Bréfritari: Gunnlaugur Oddsson
Dagsetning: A-1893-05-14
Skrifað á: Glasgow, Skotlandi

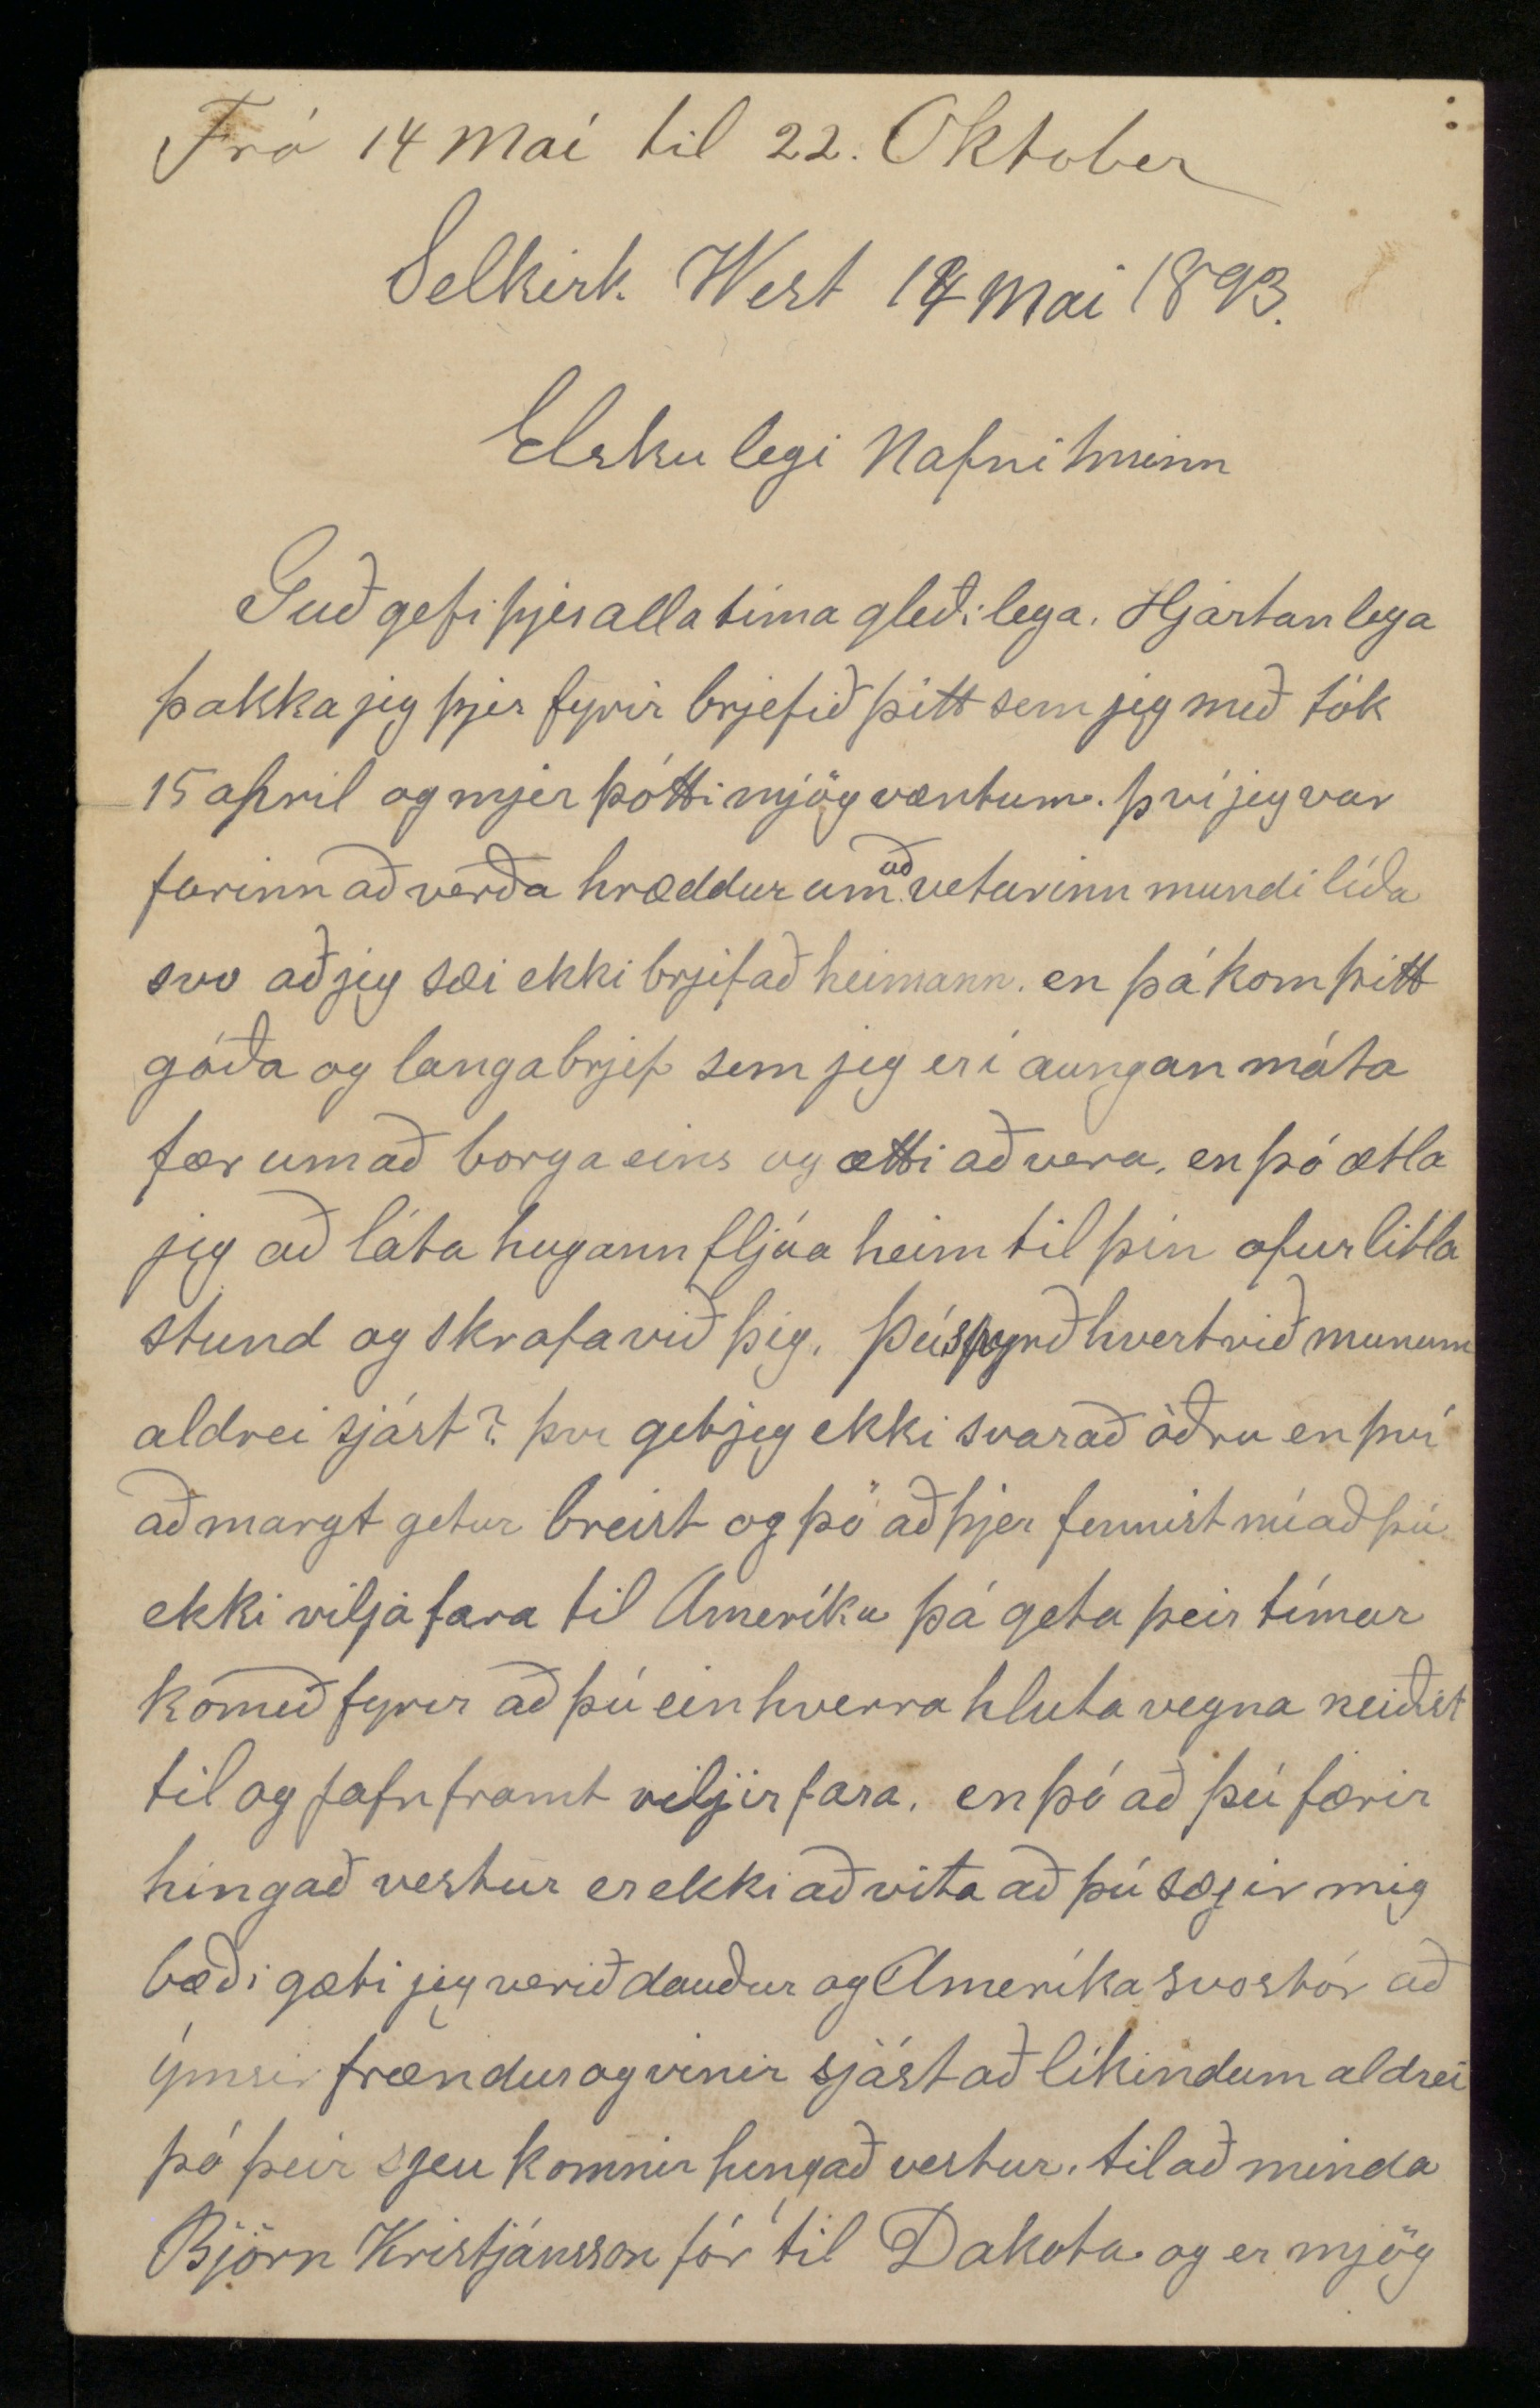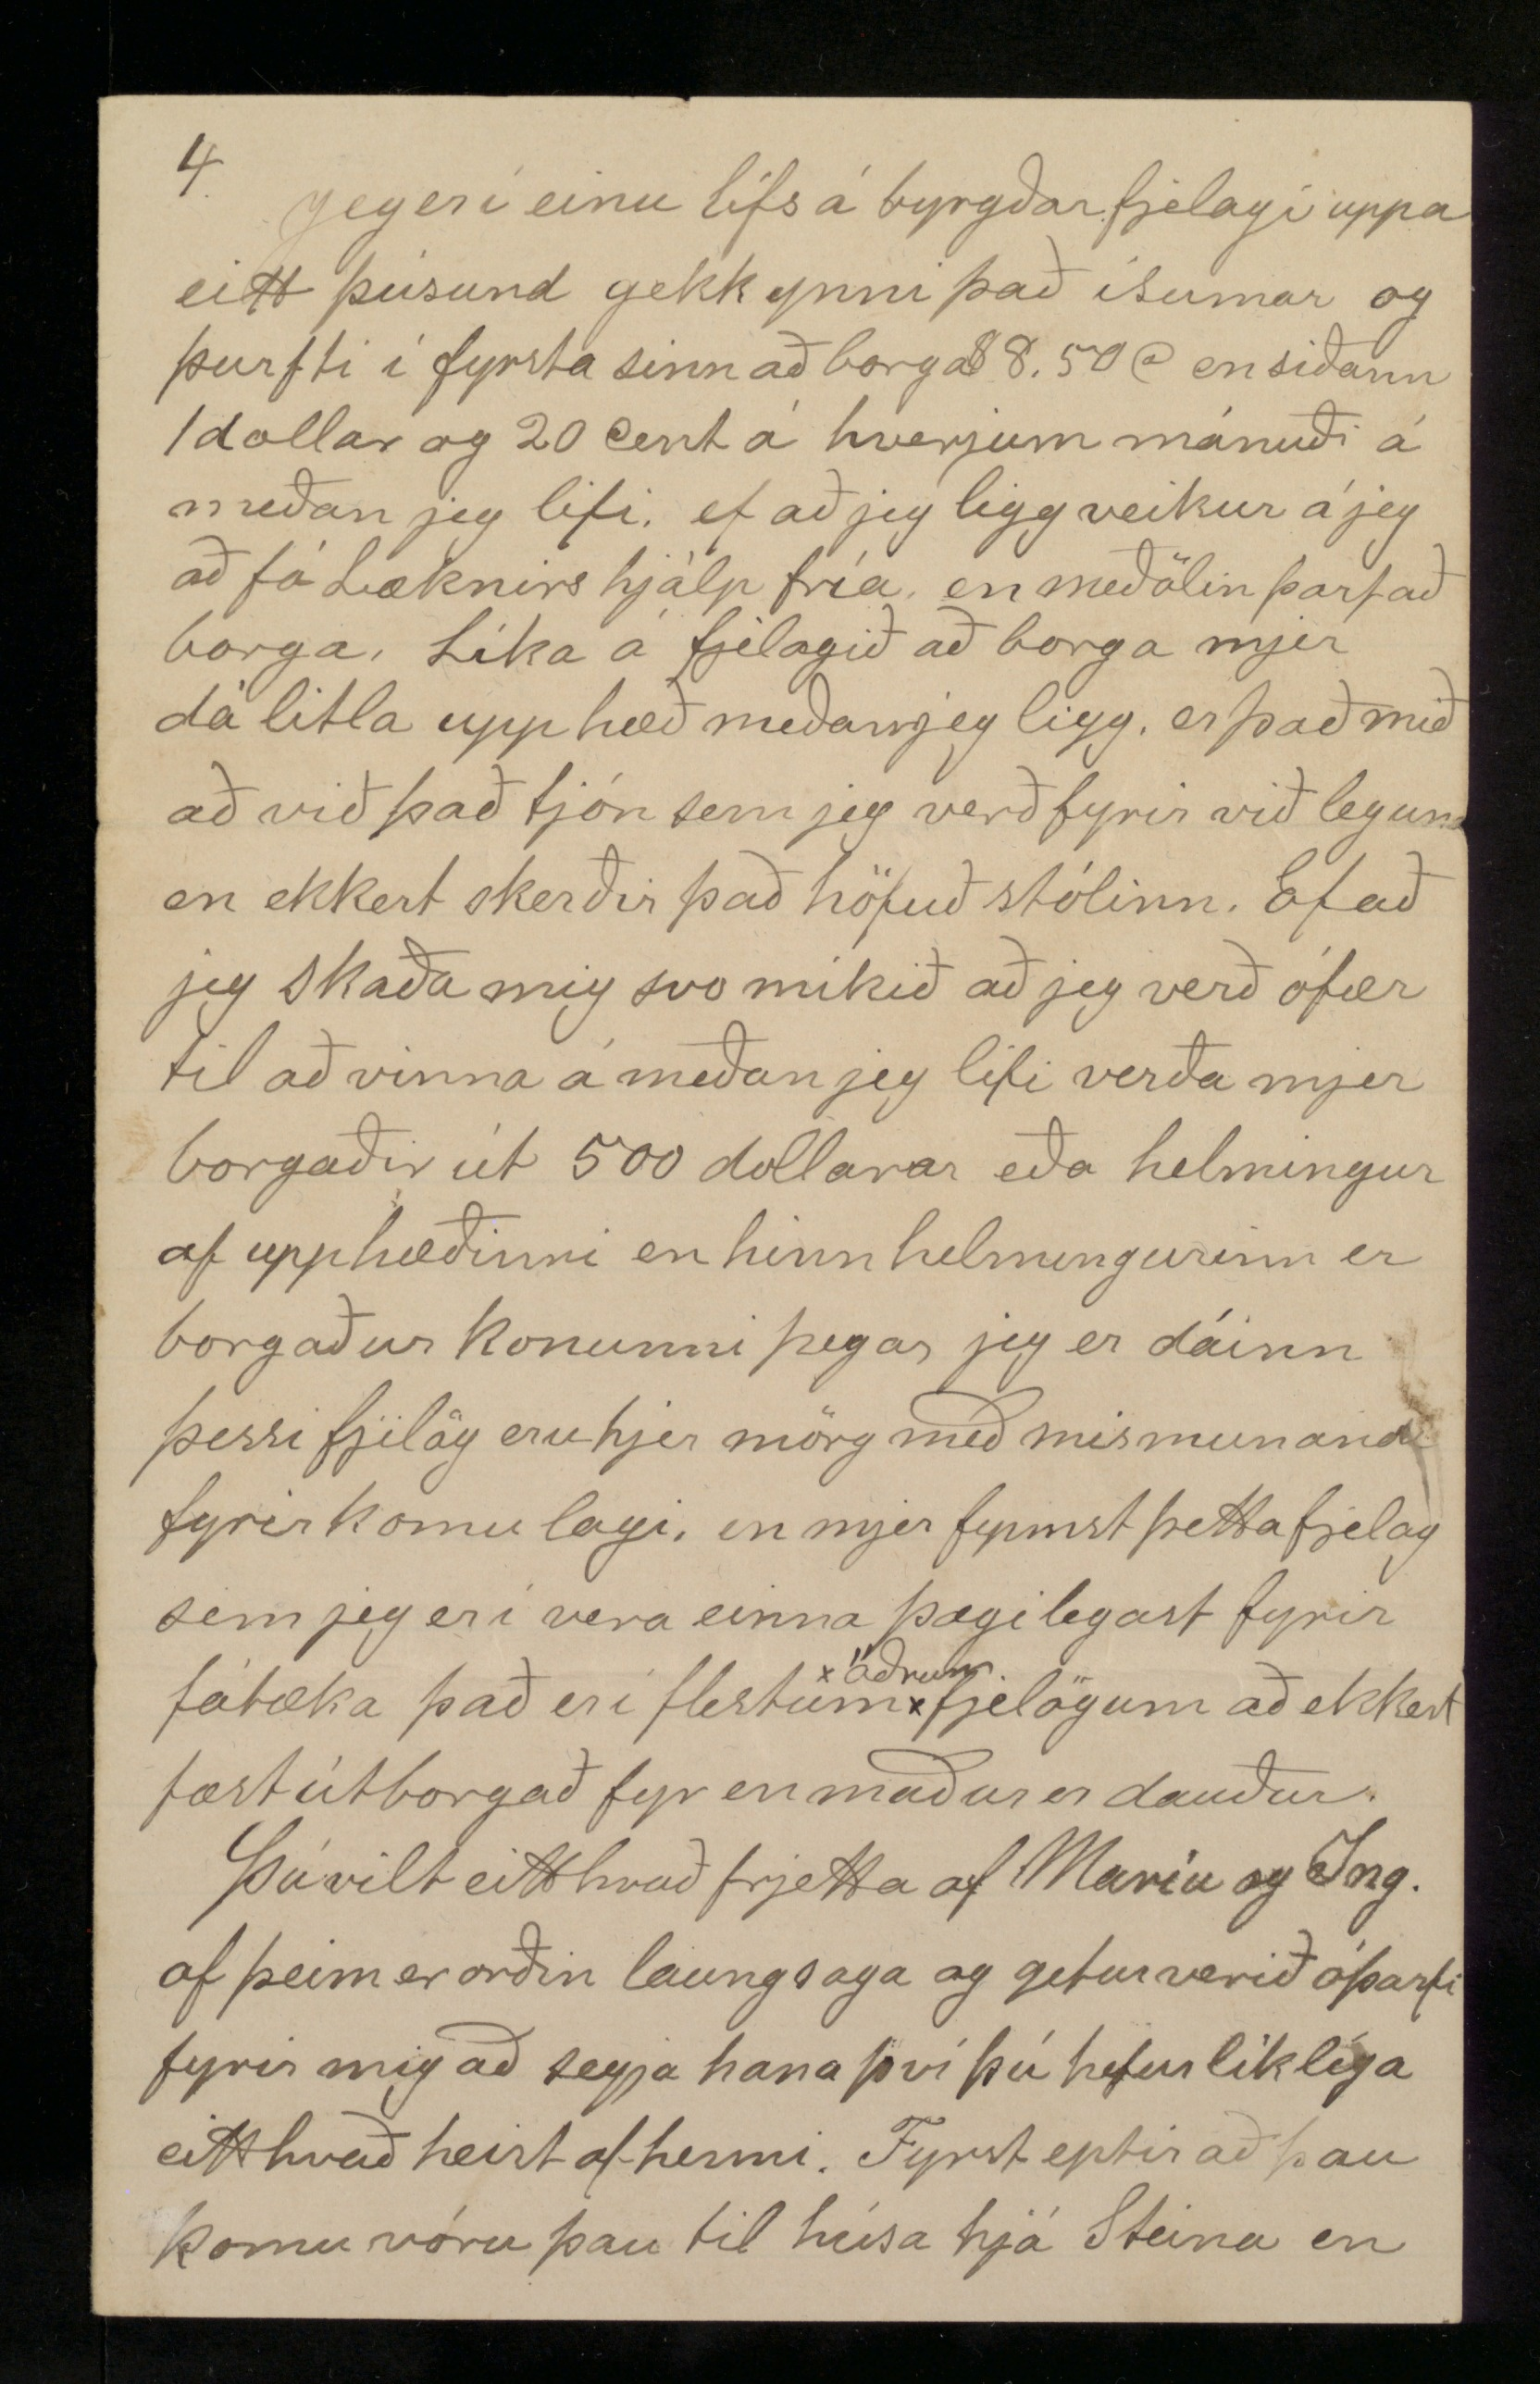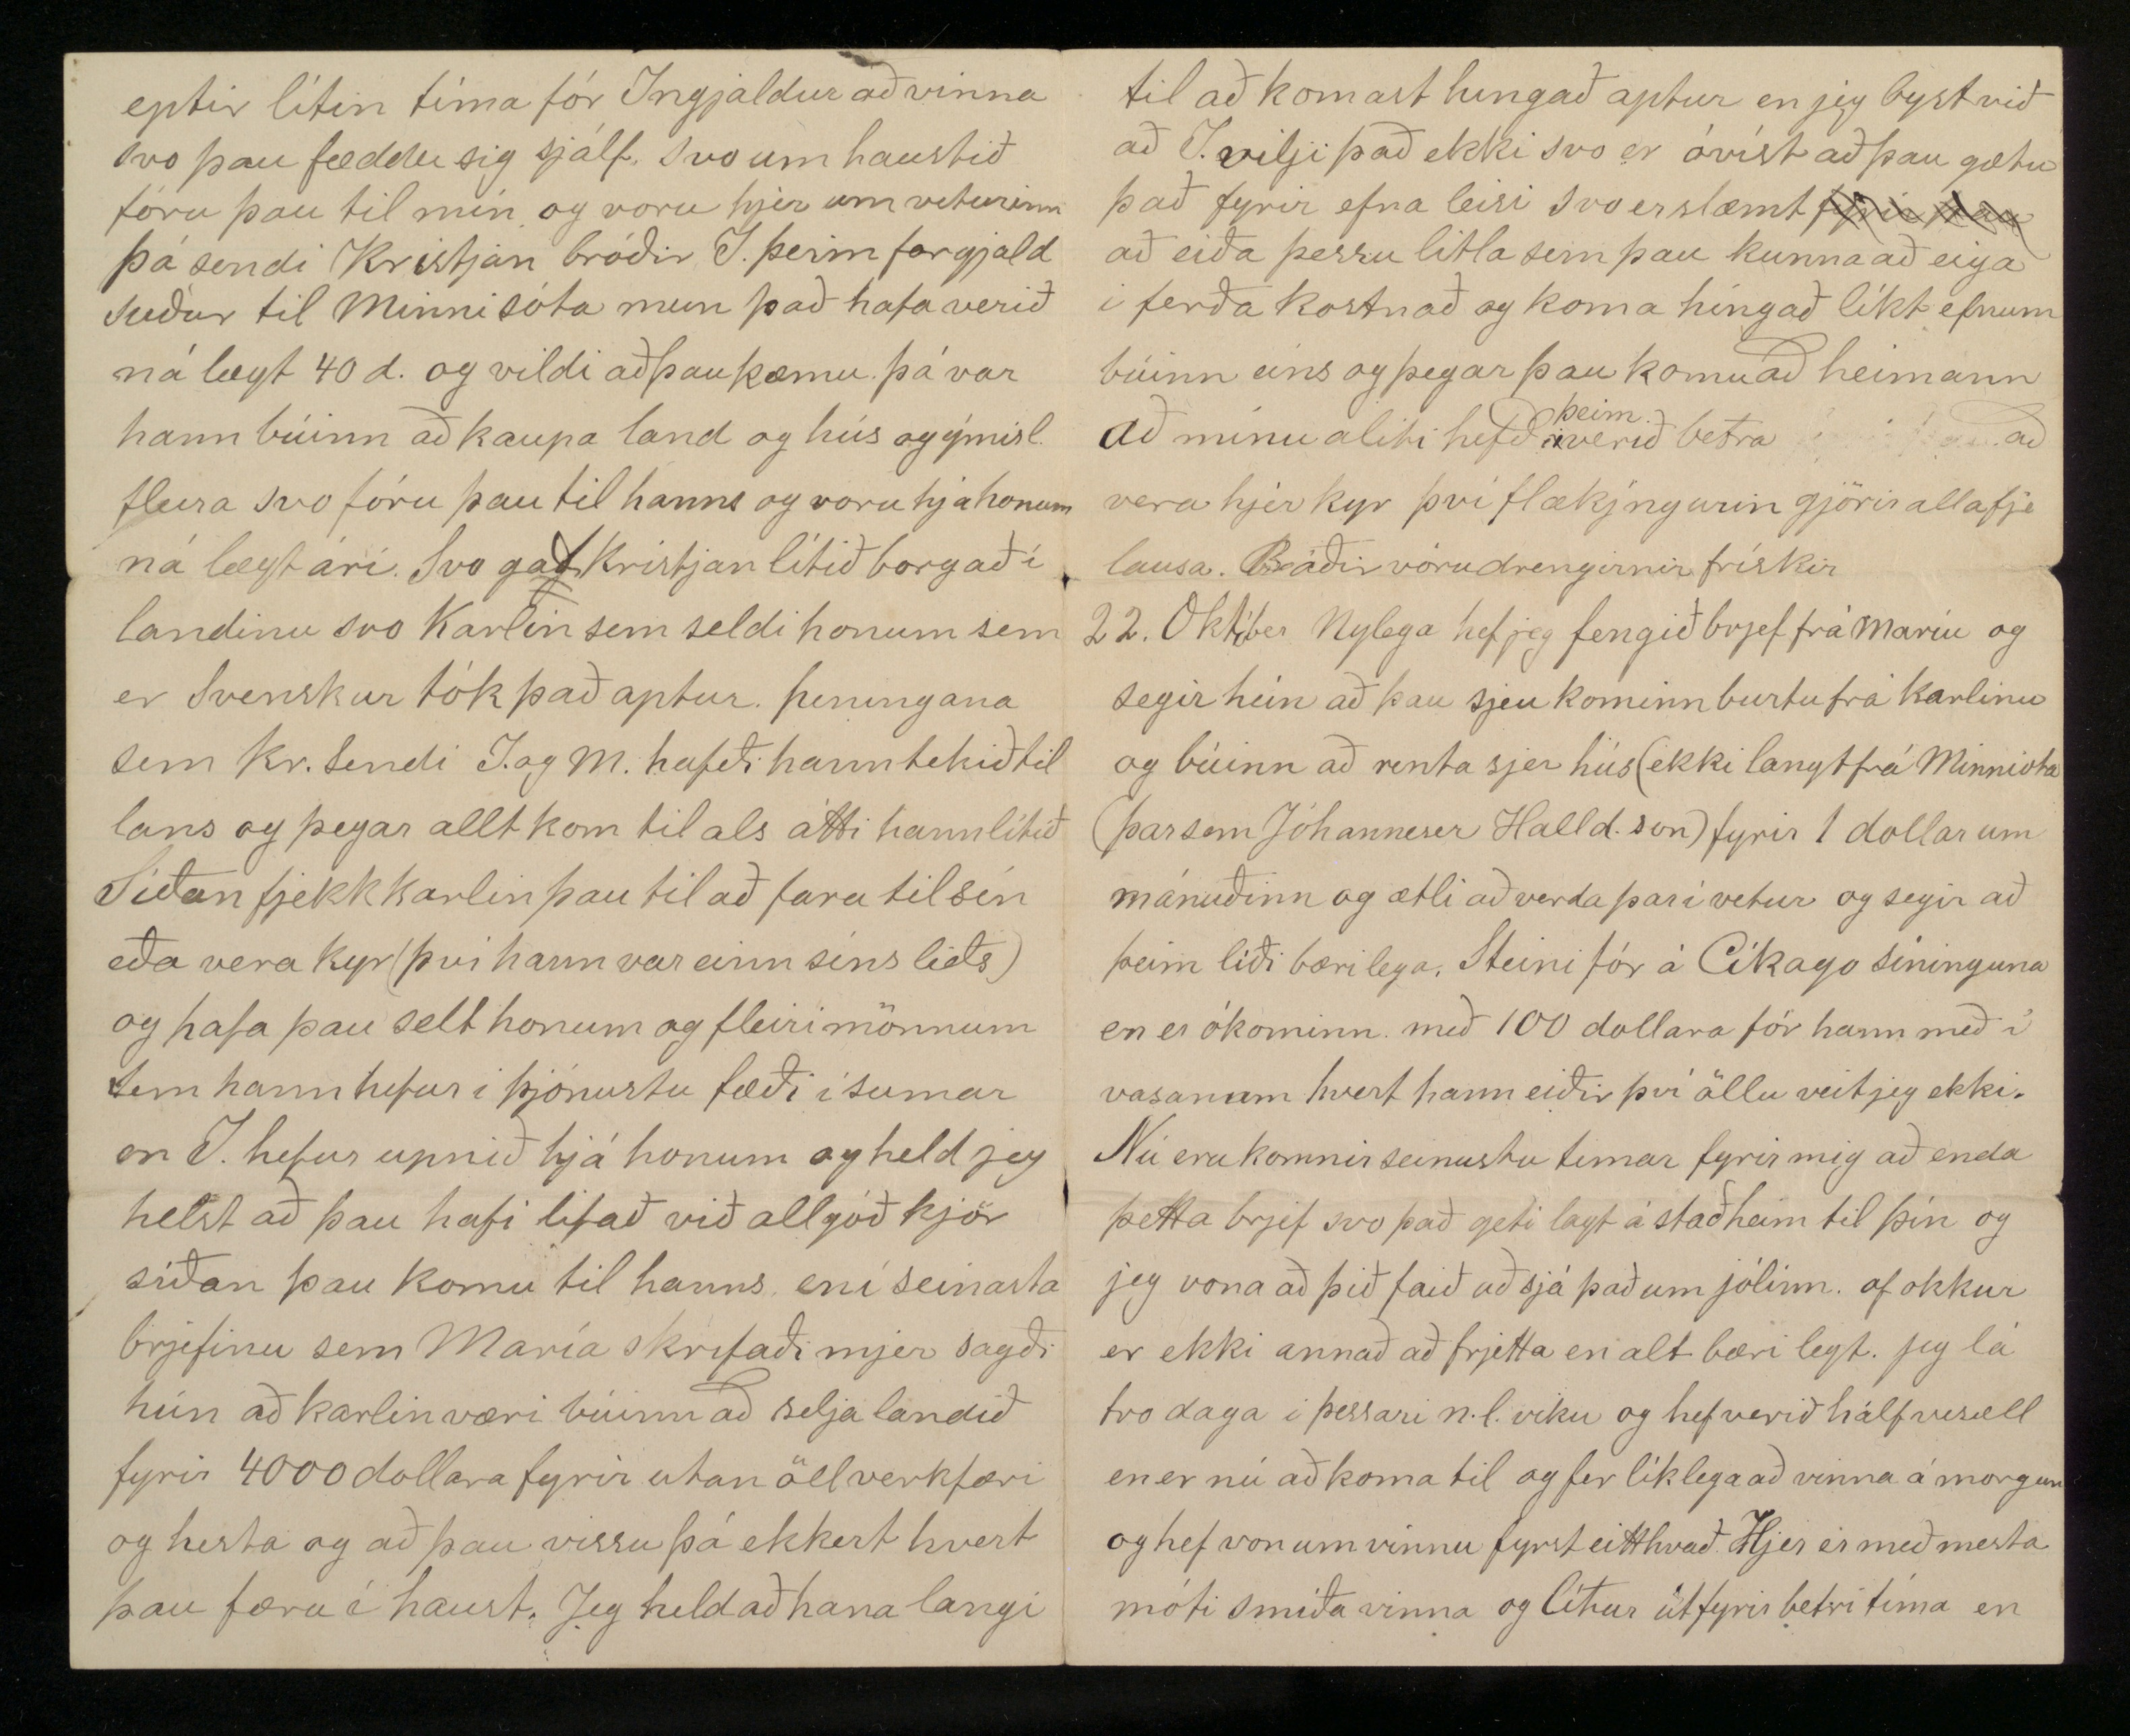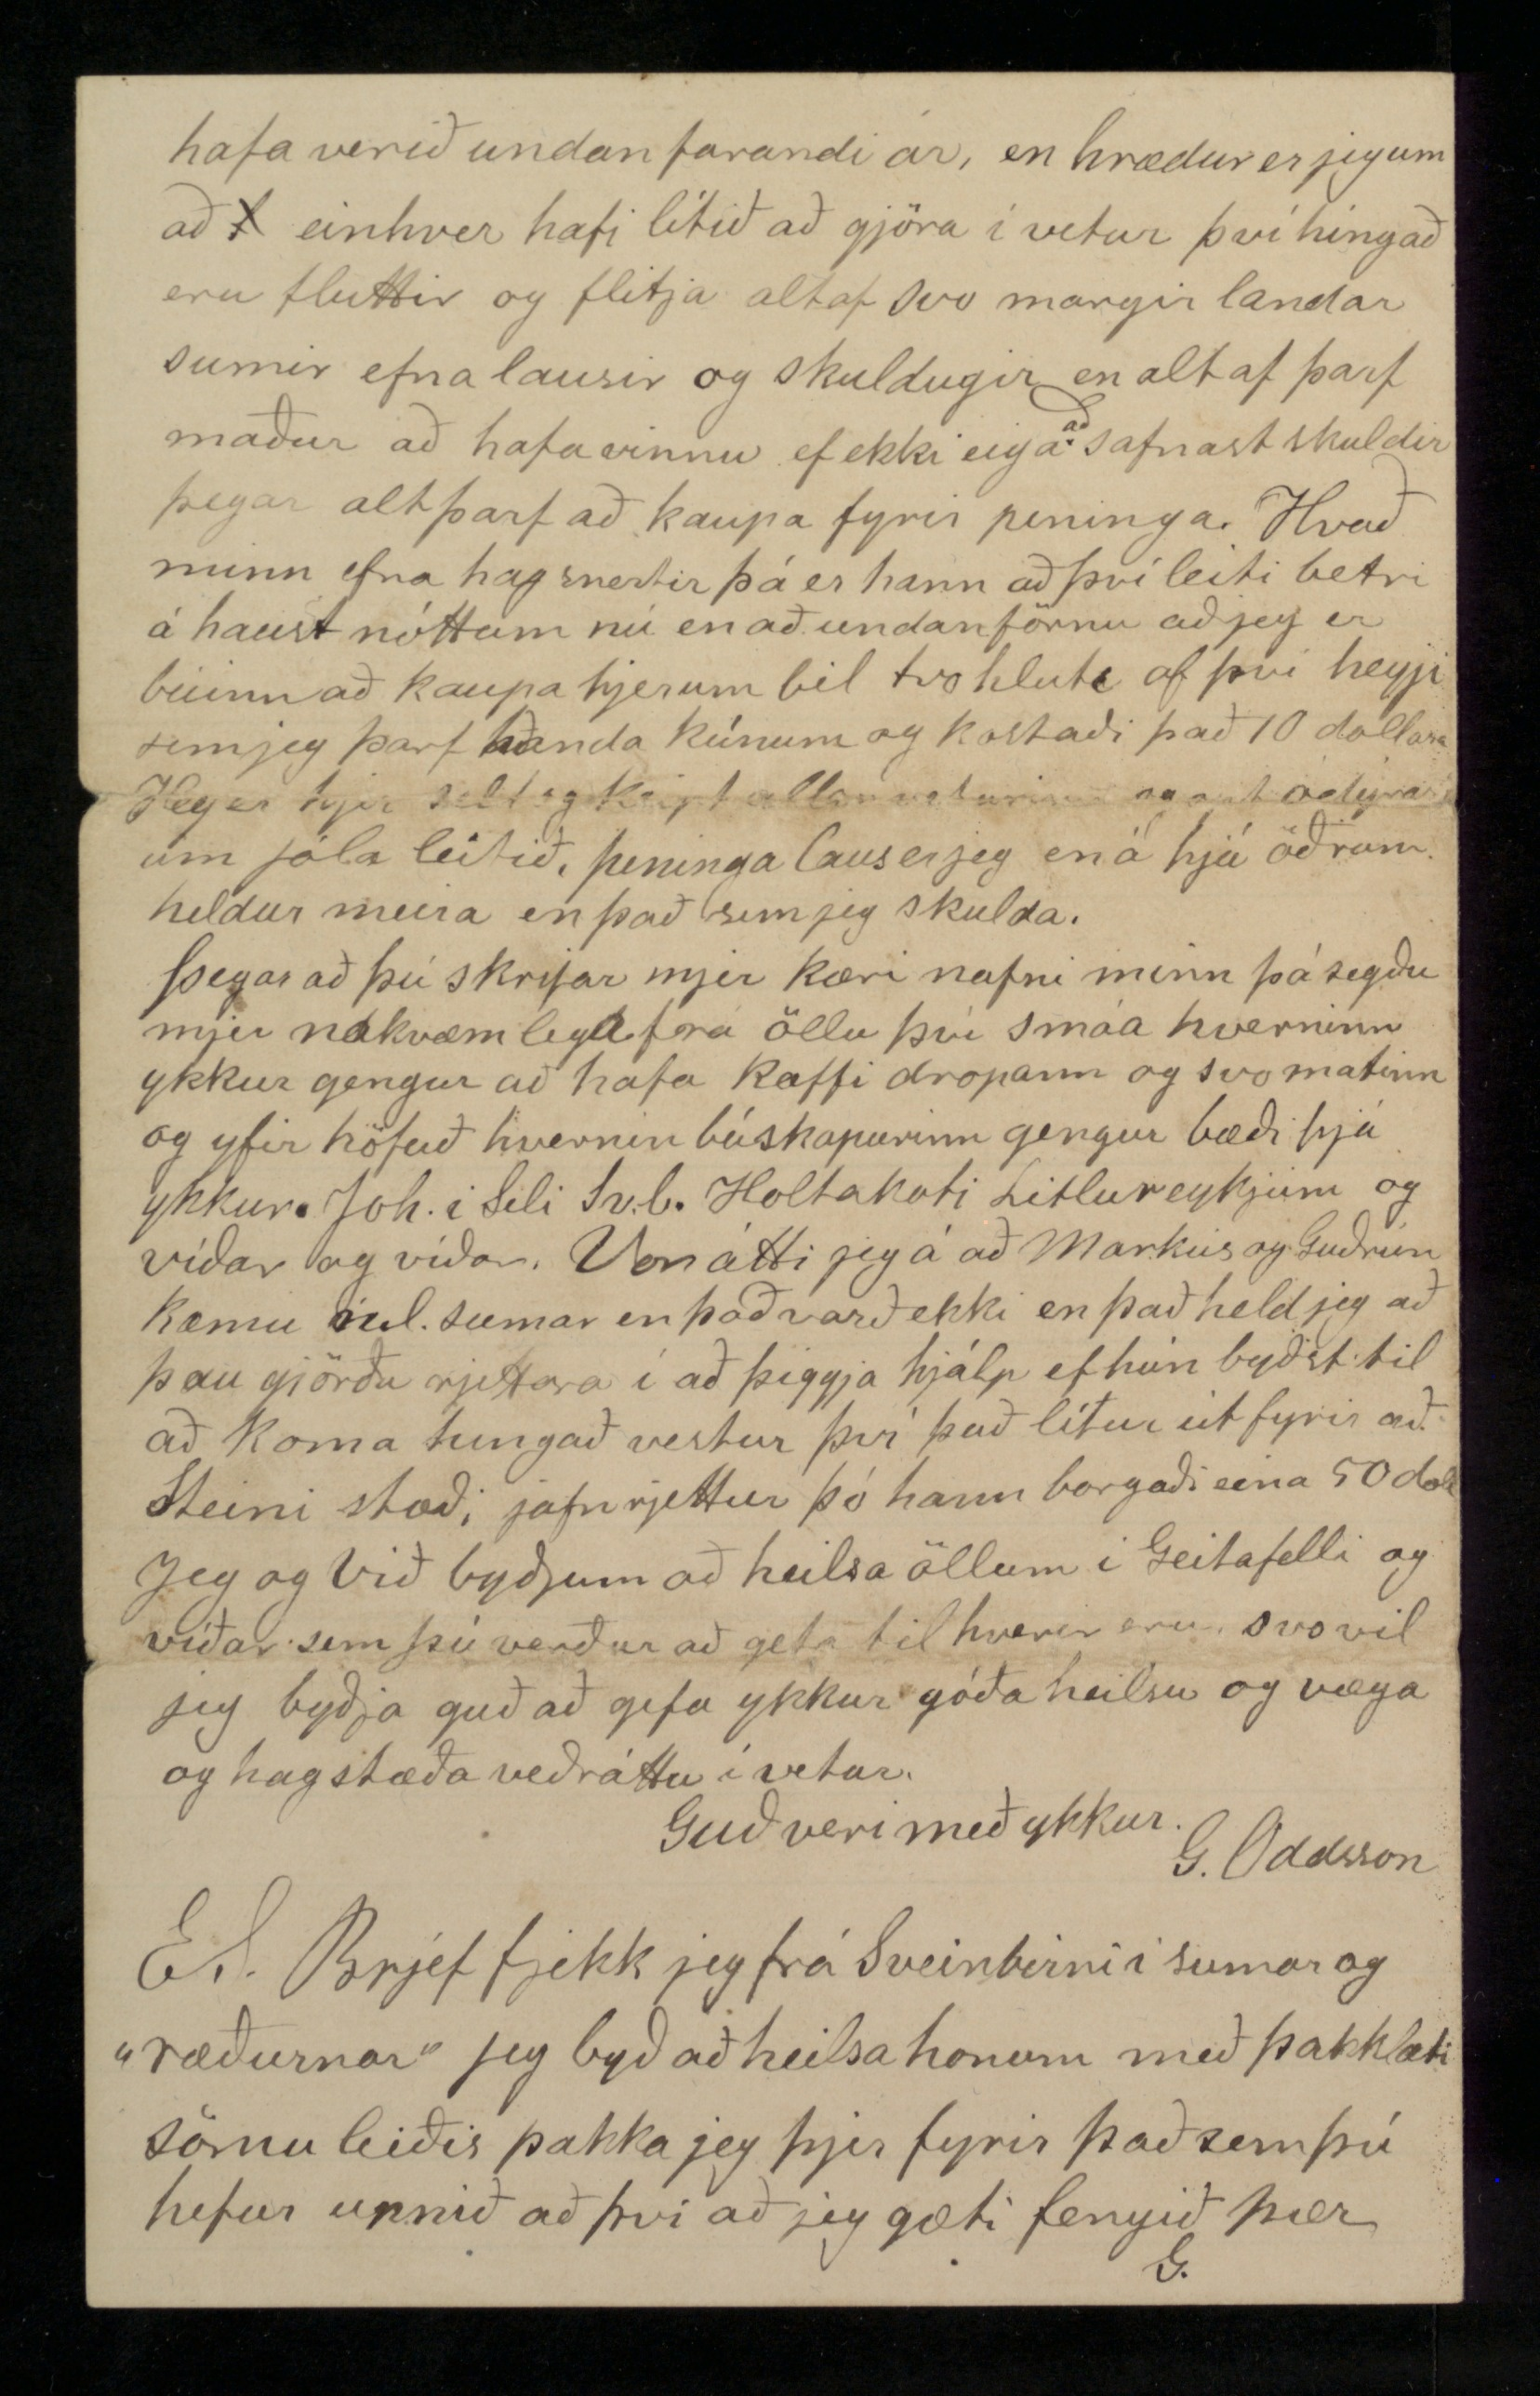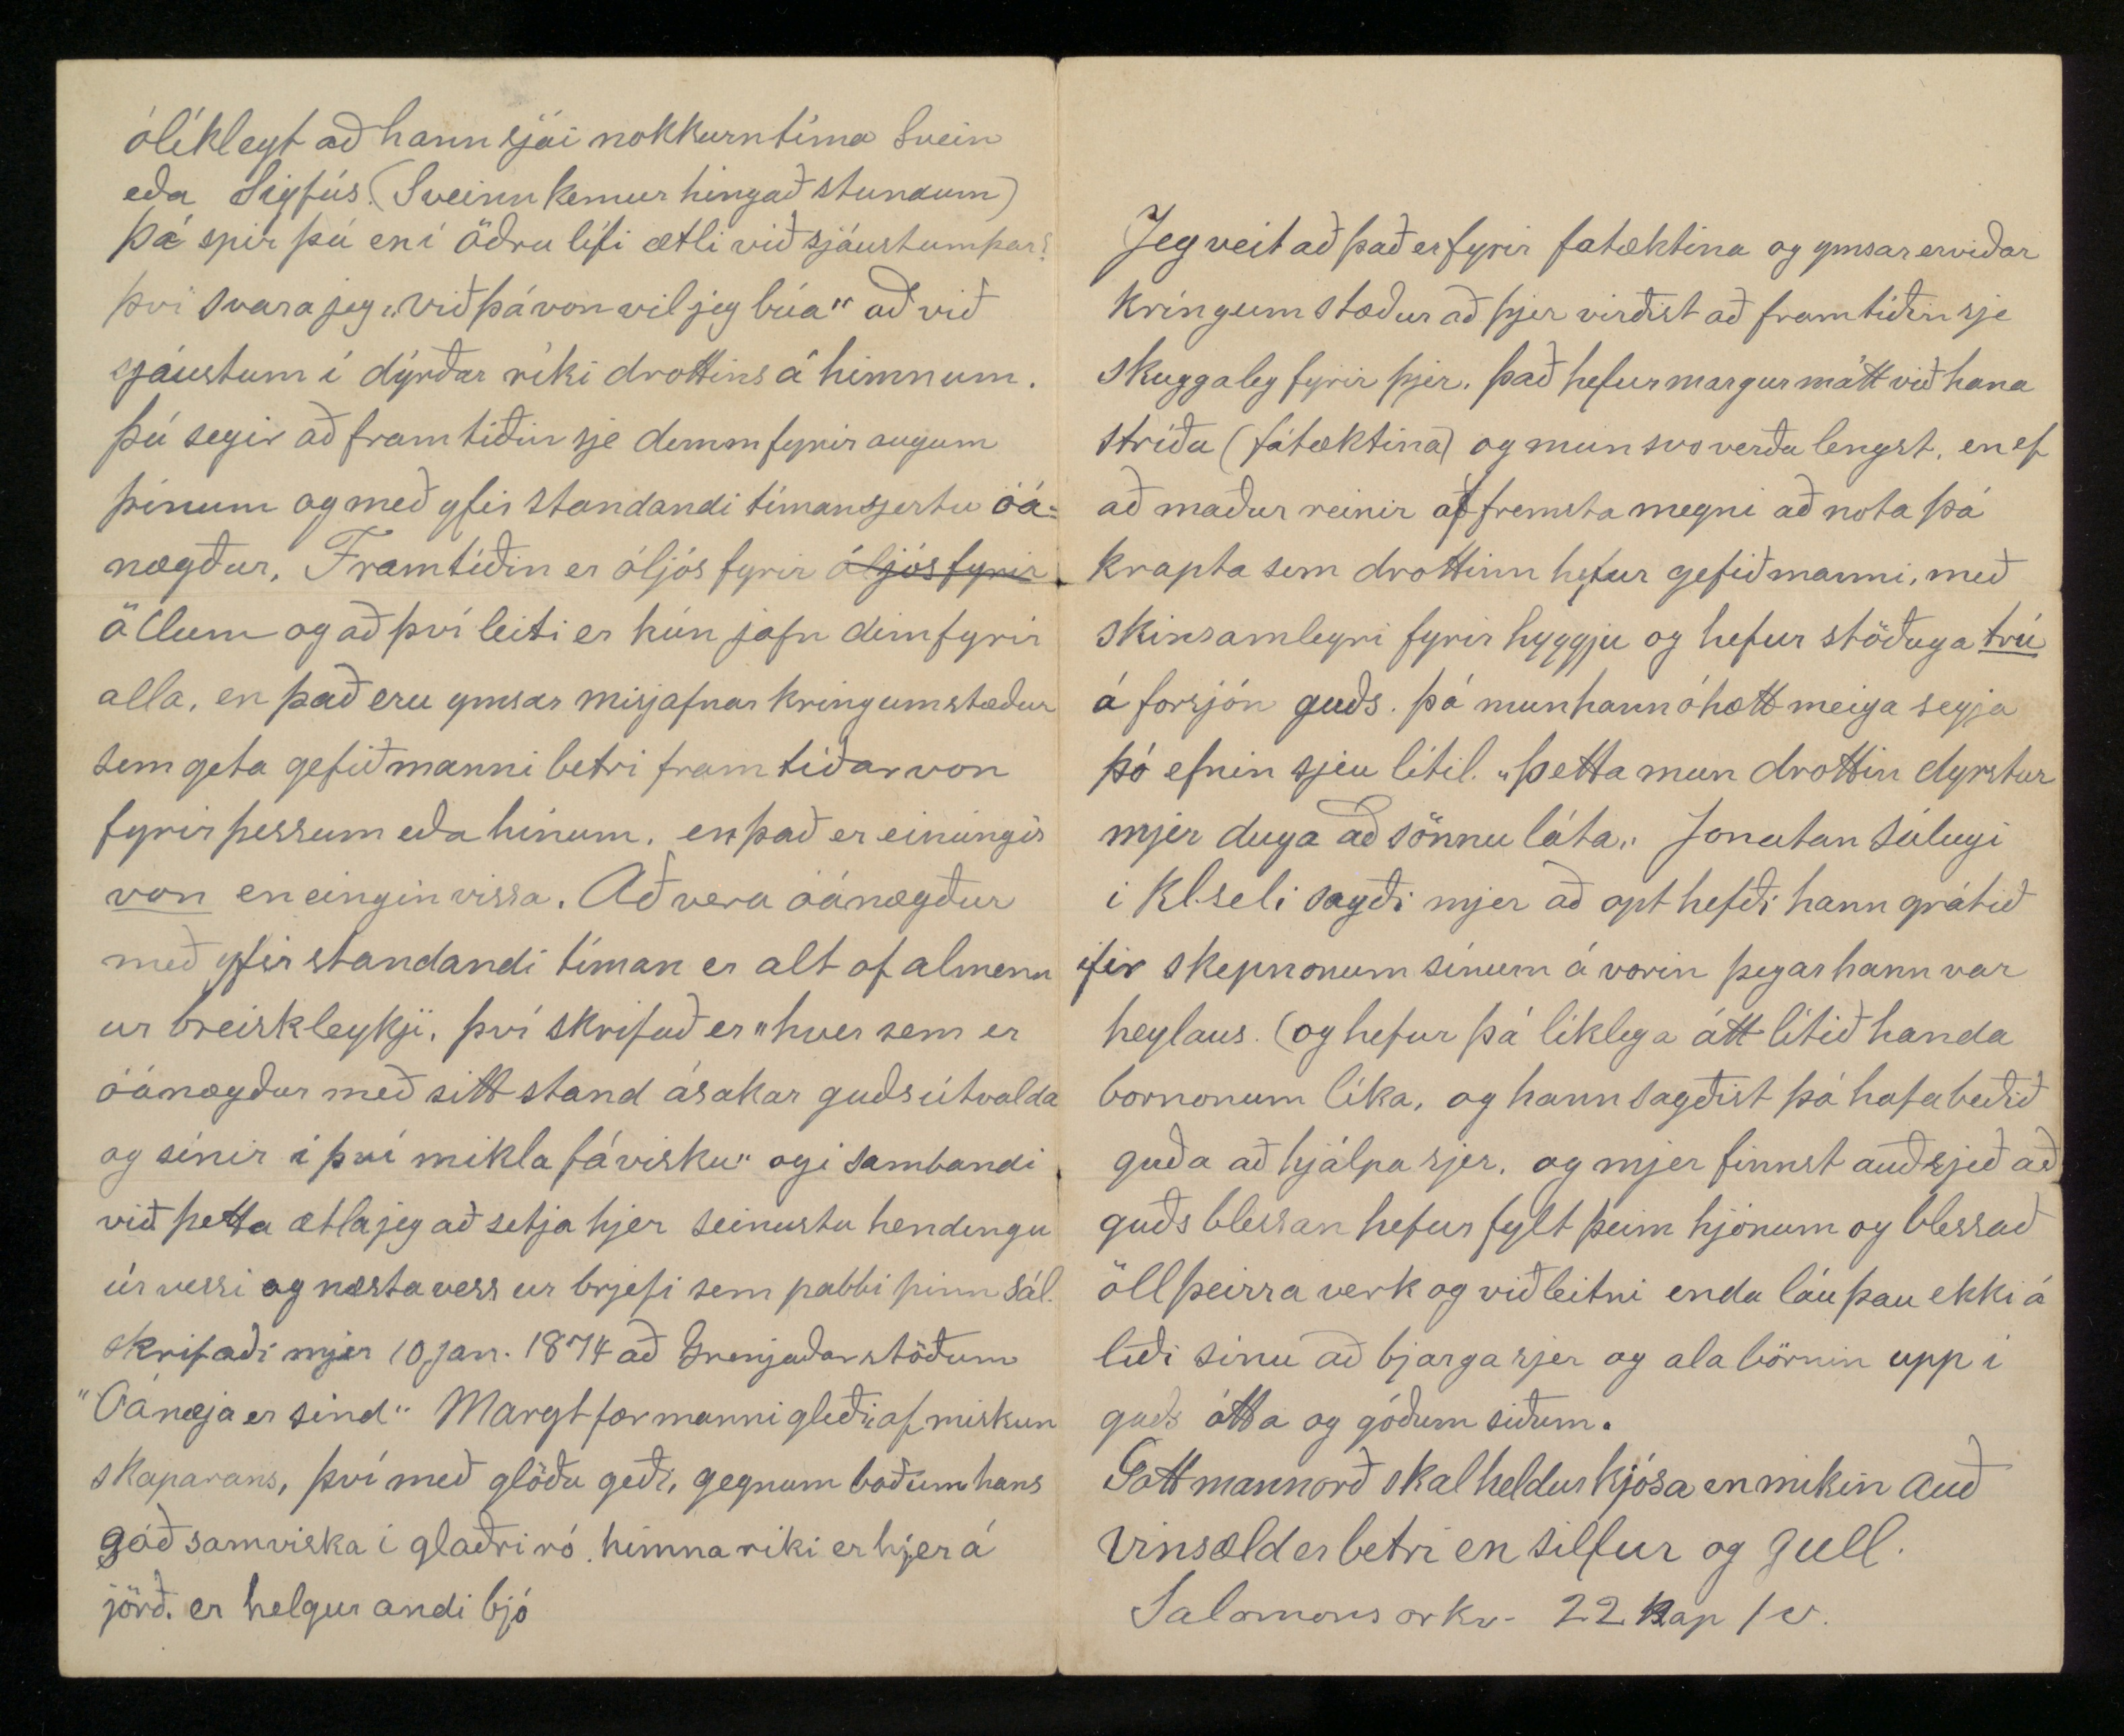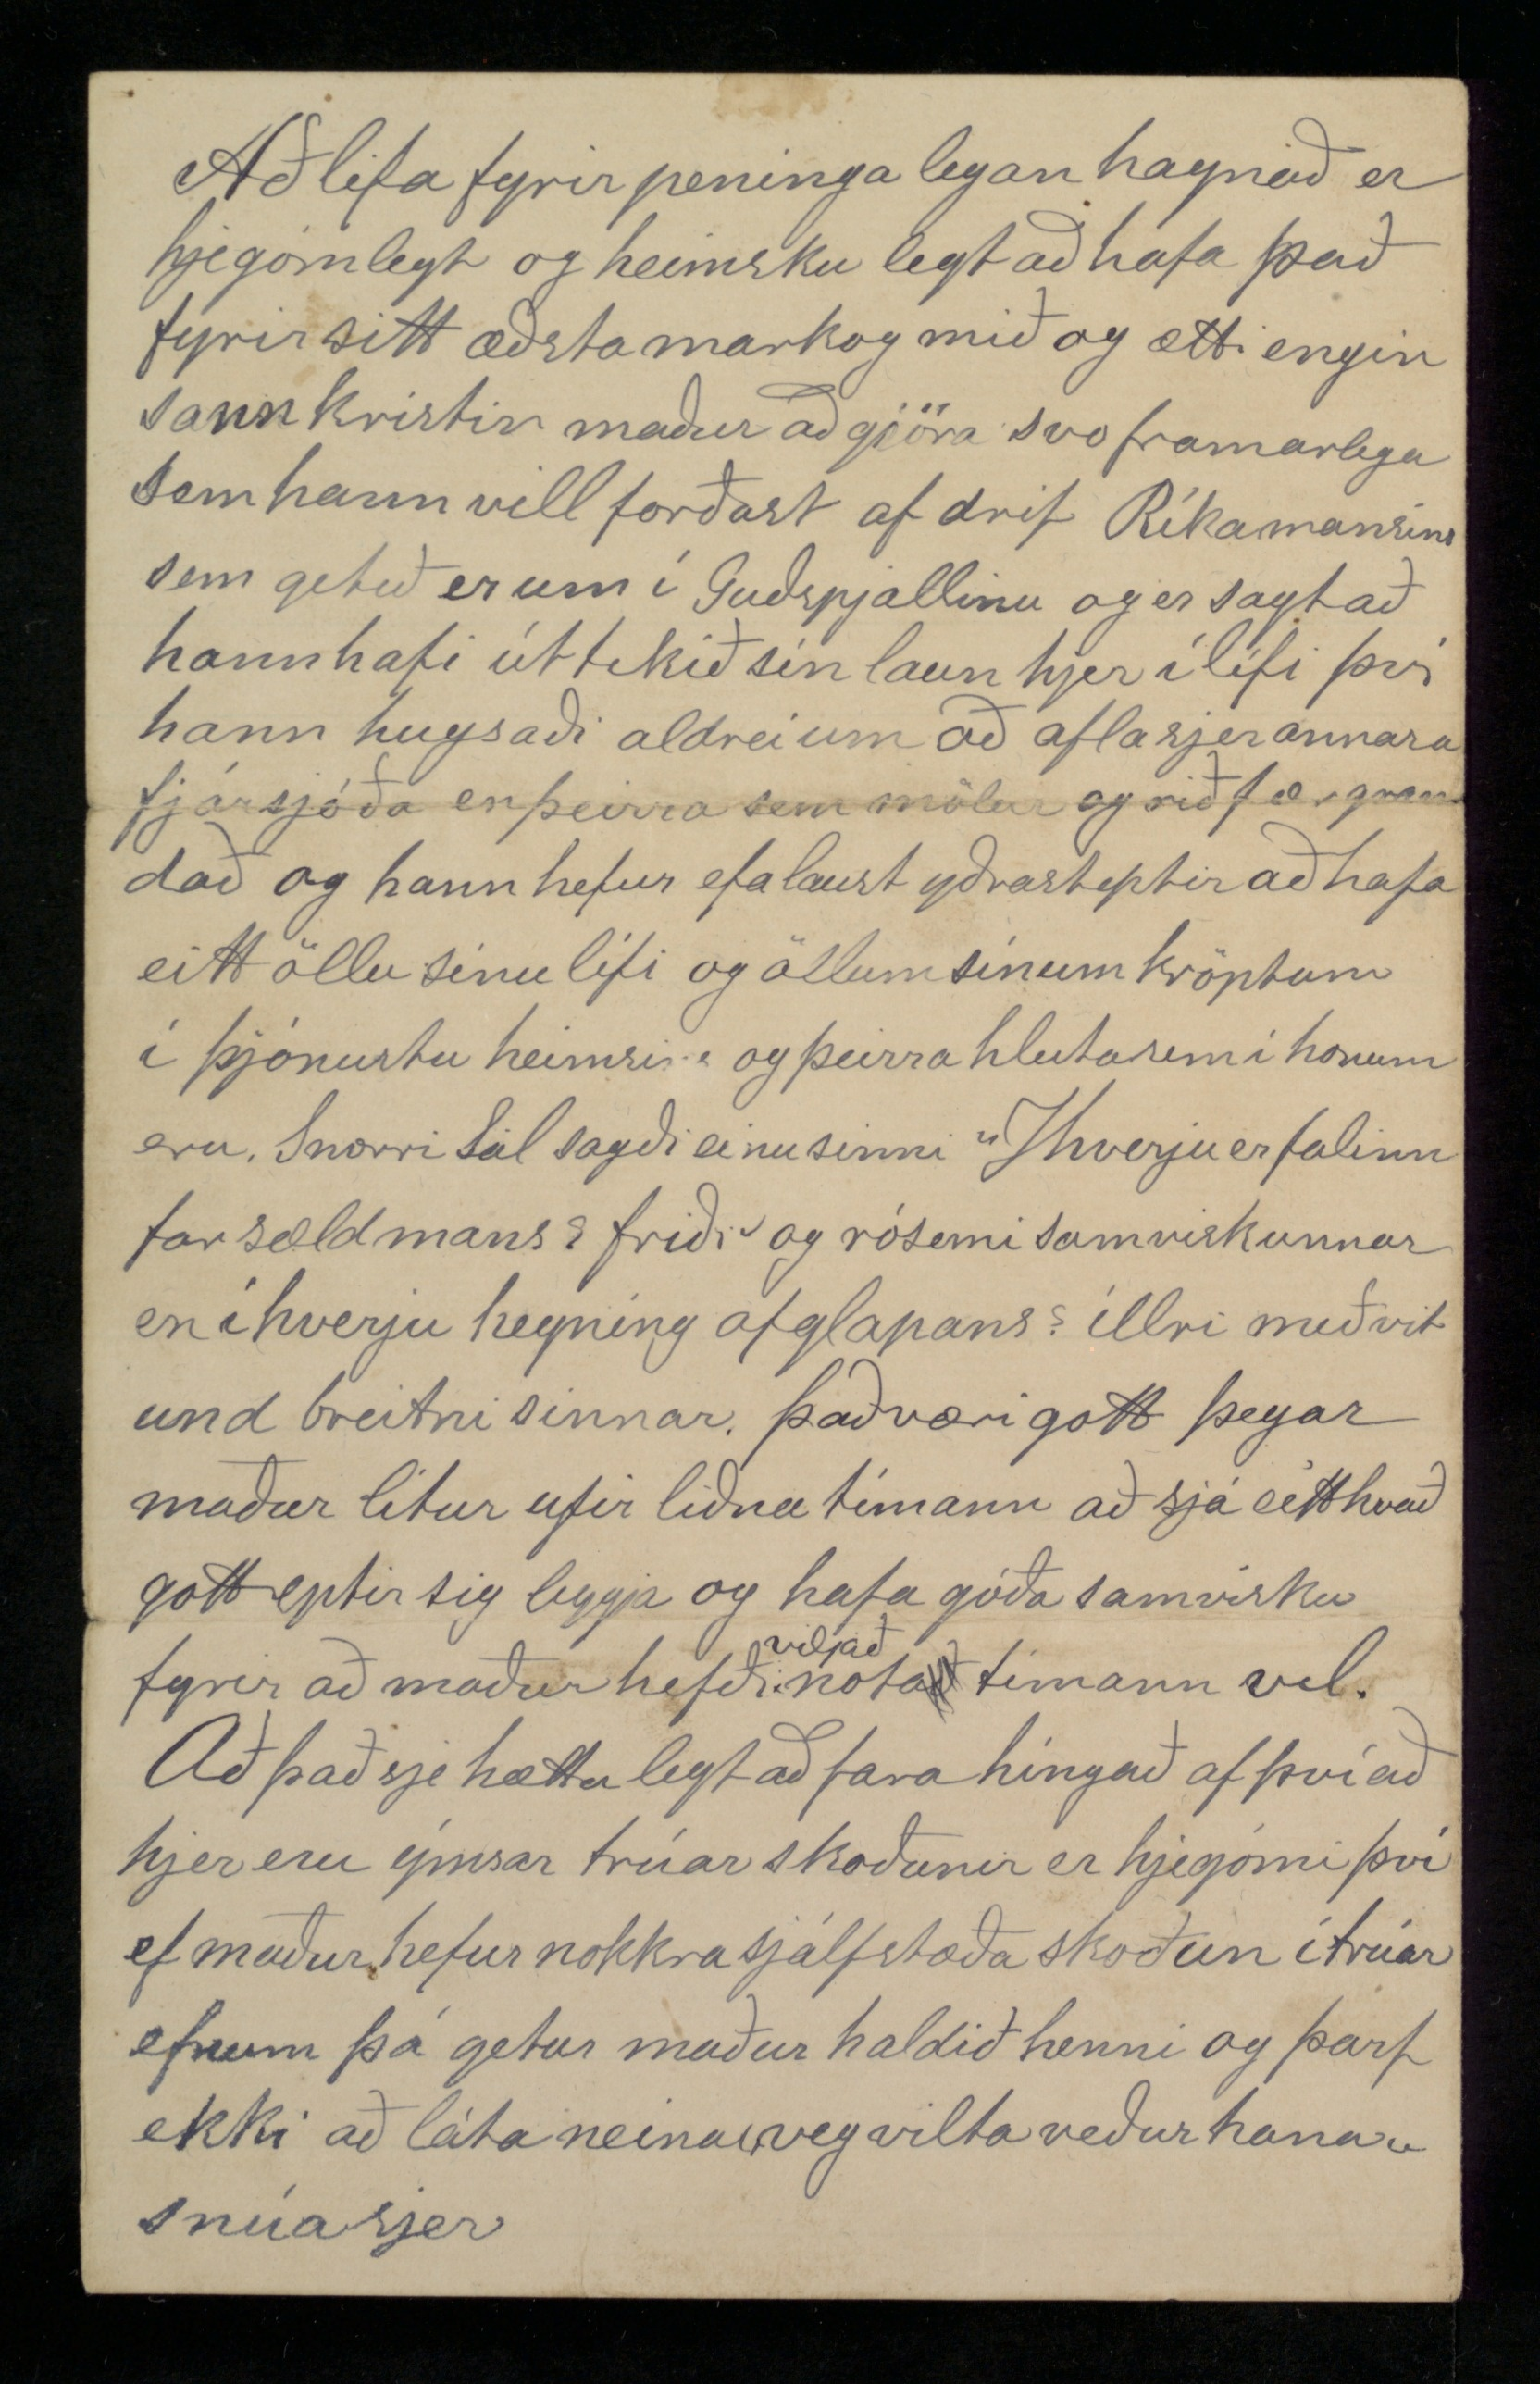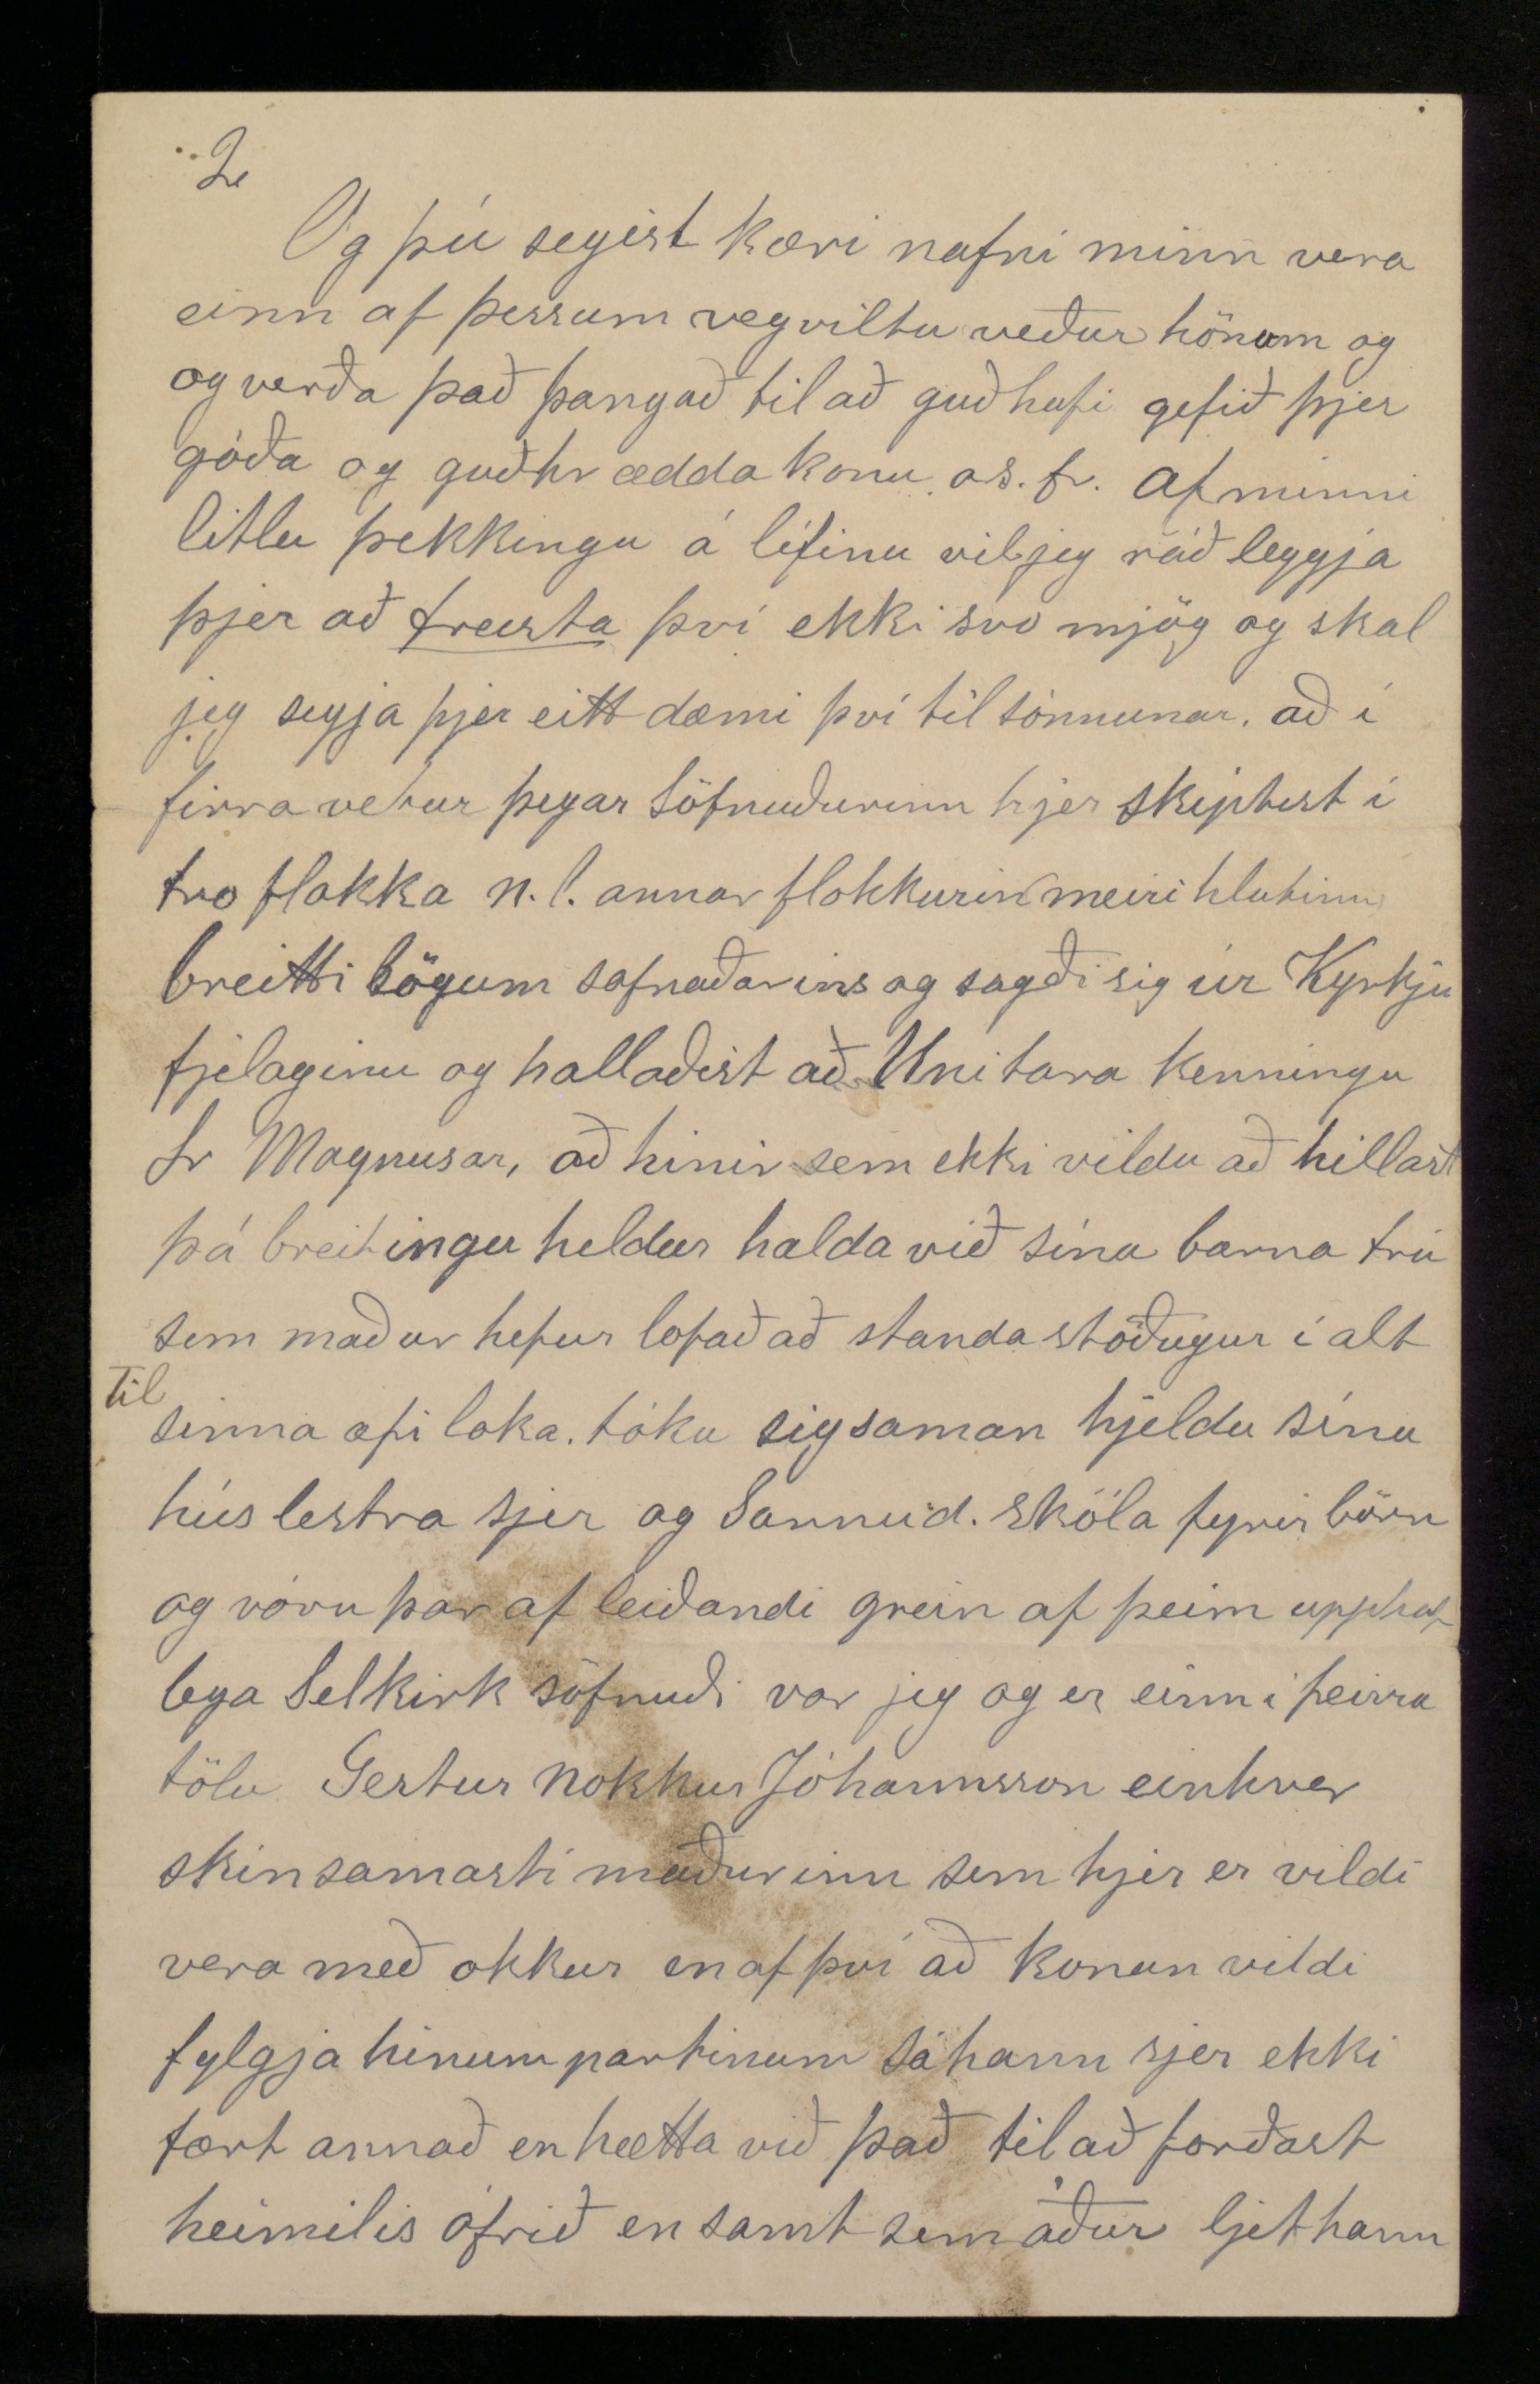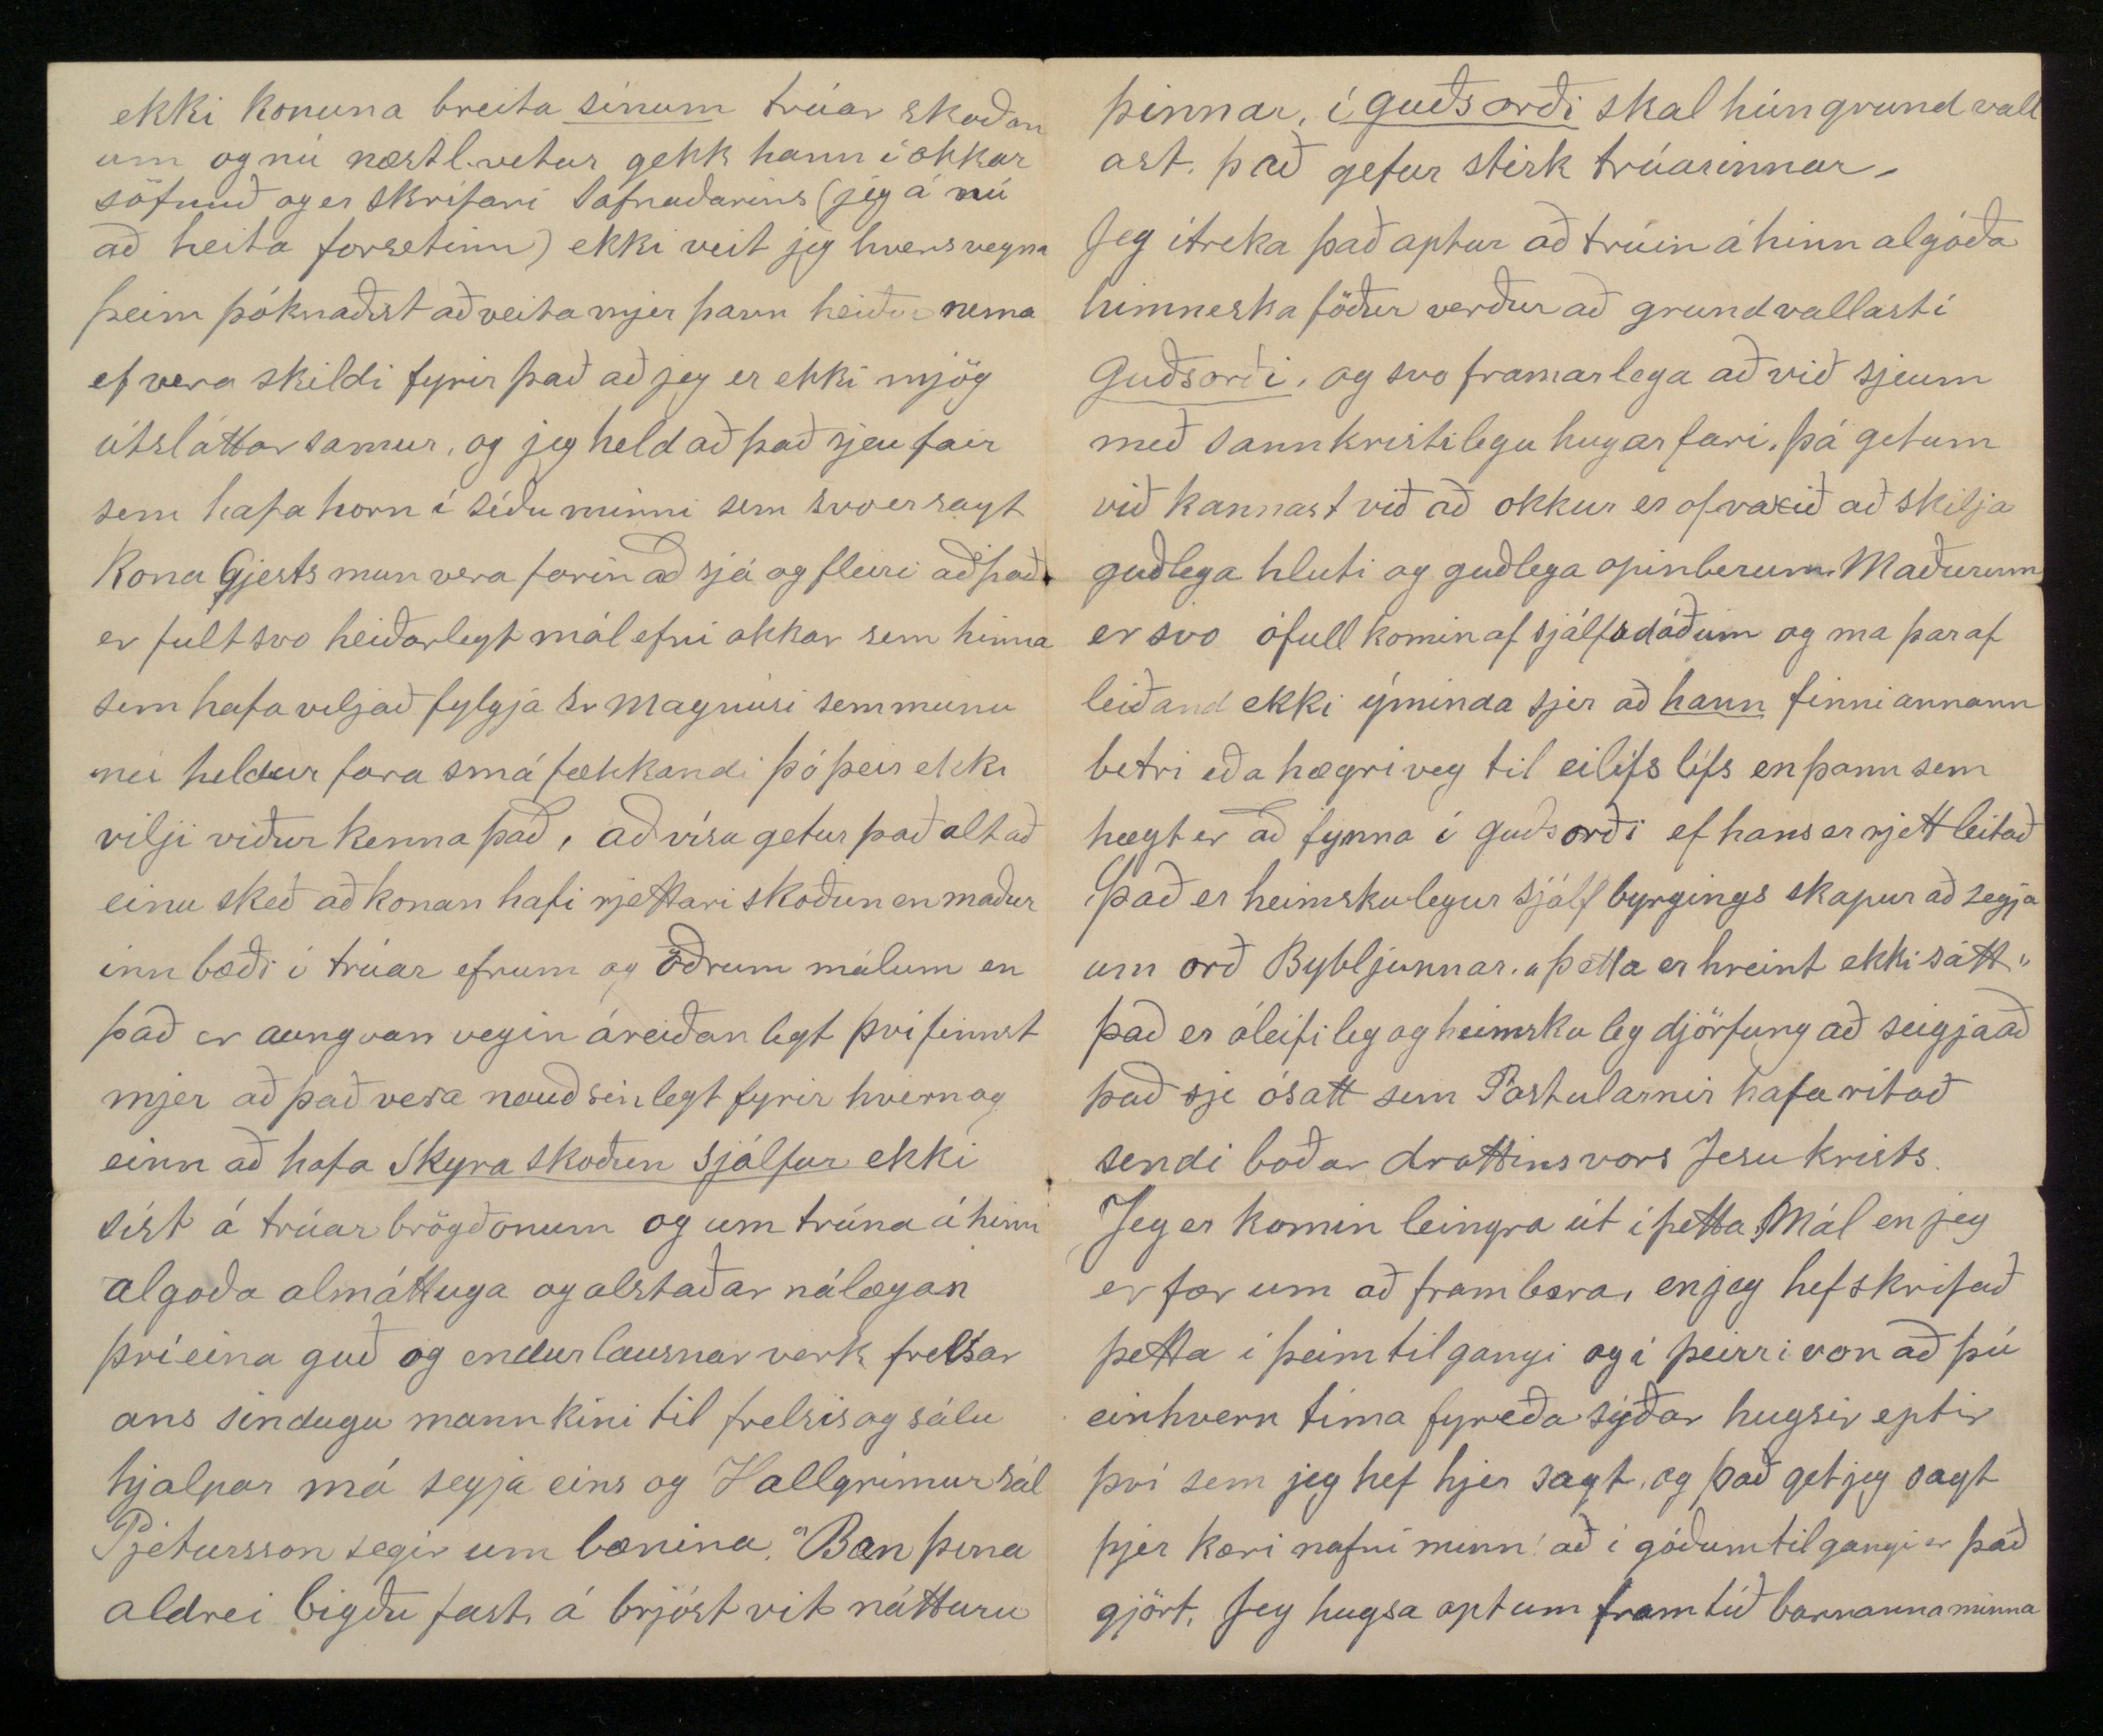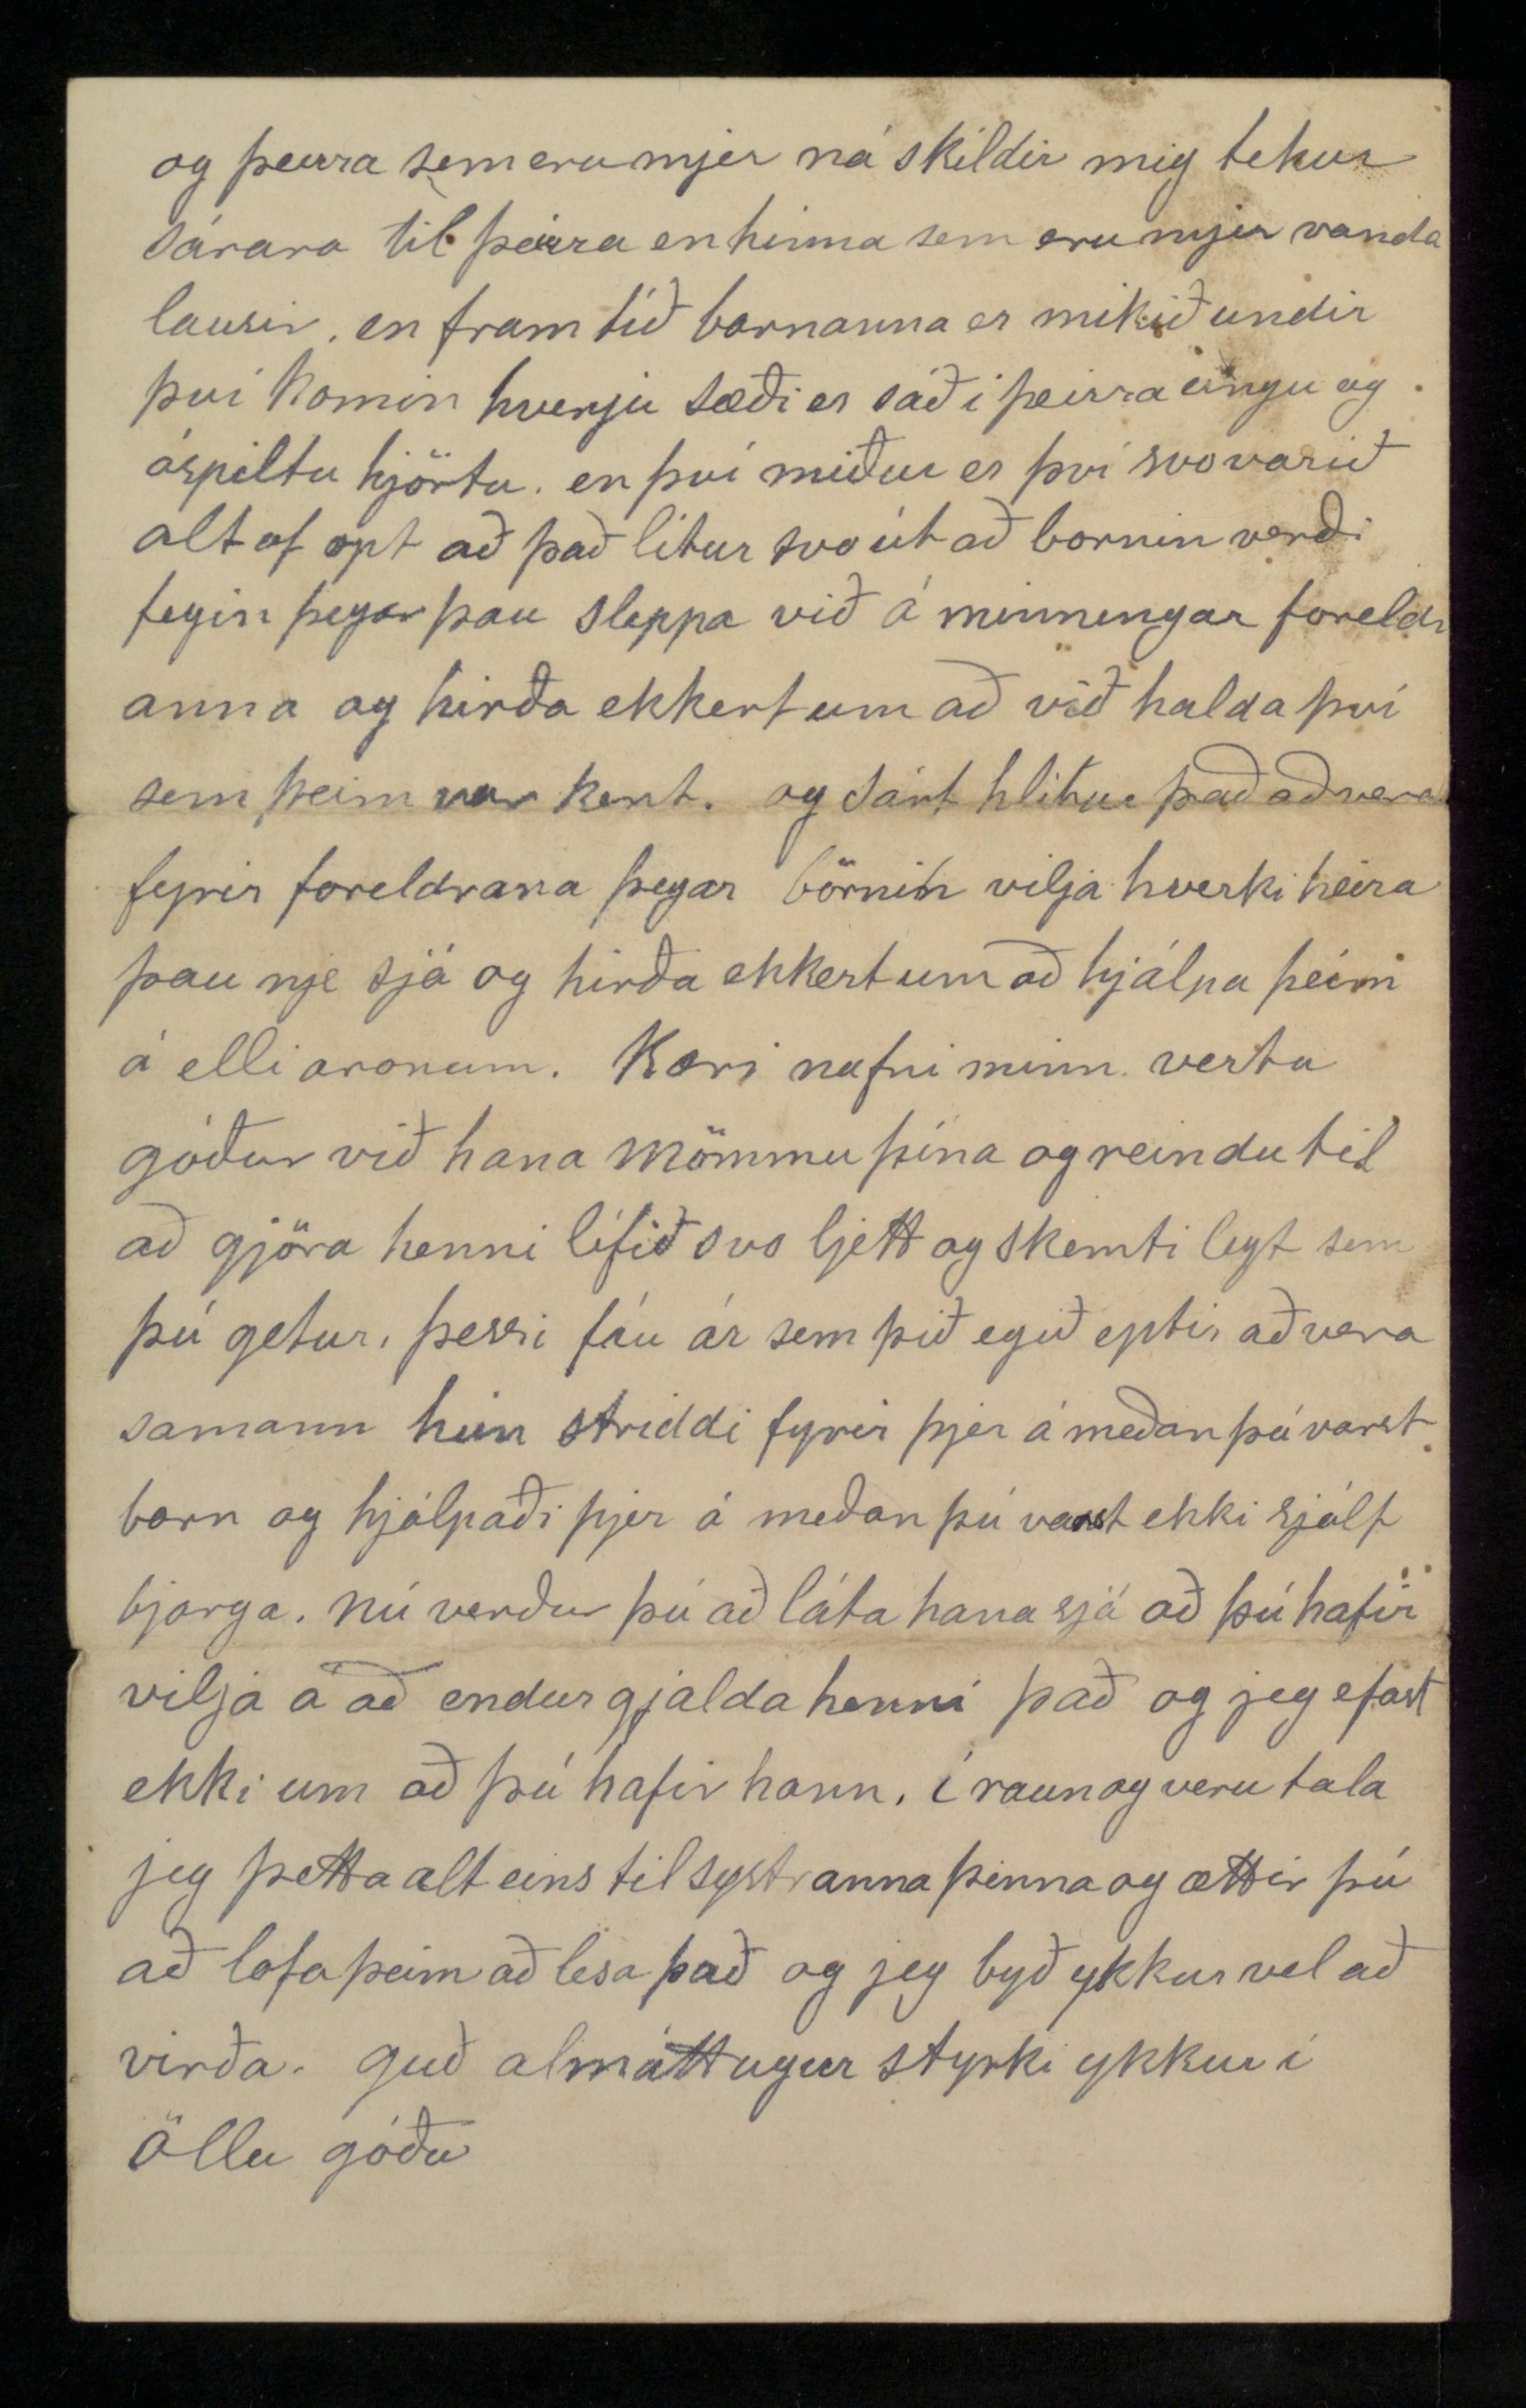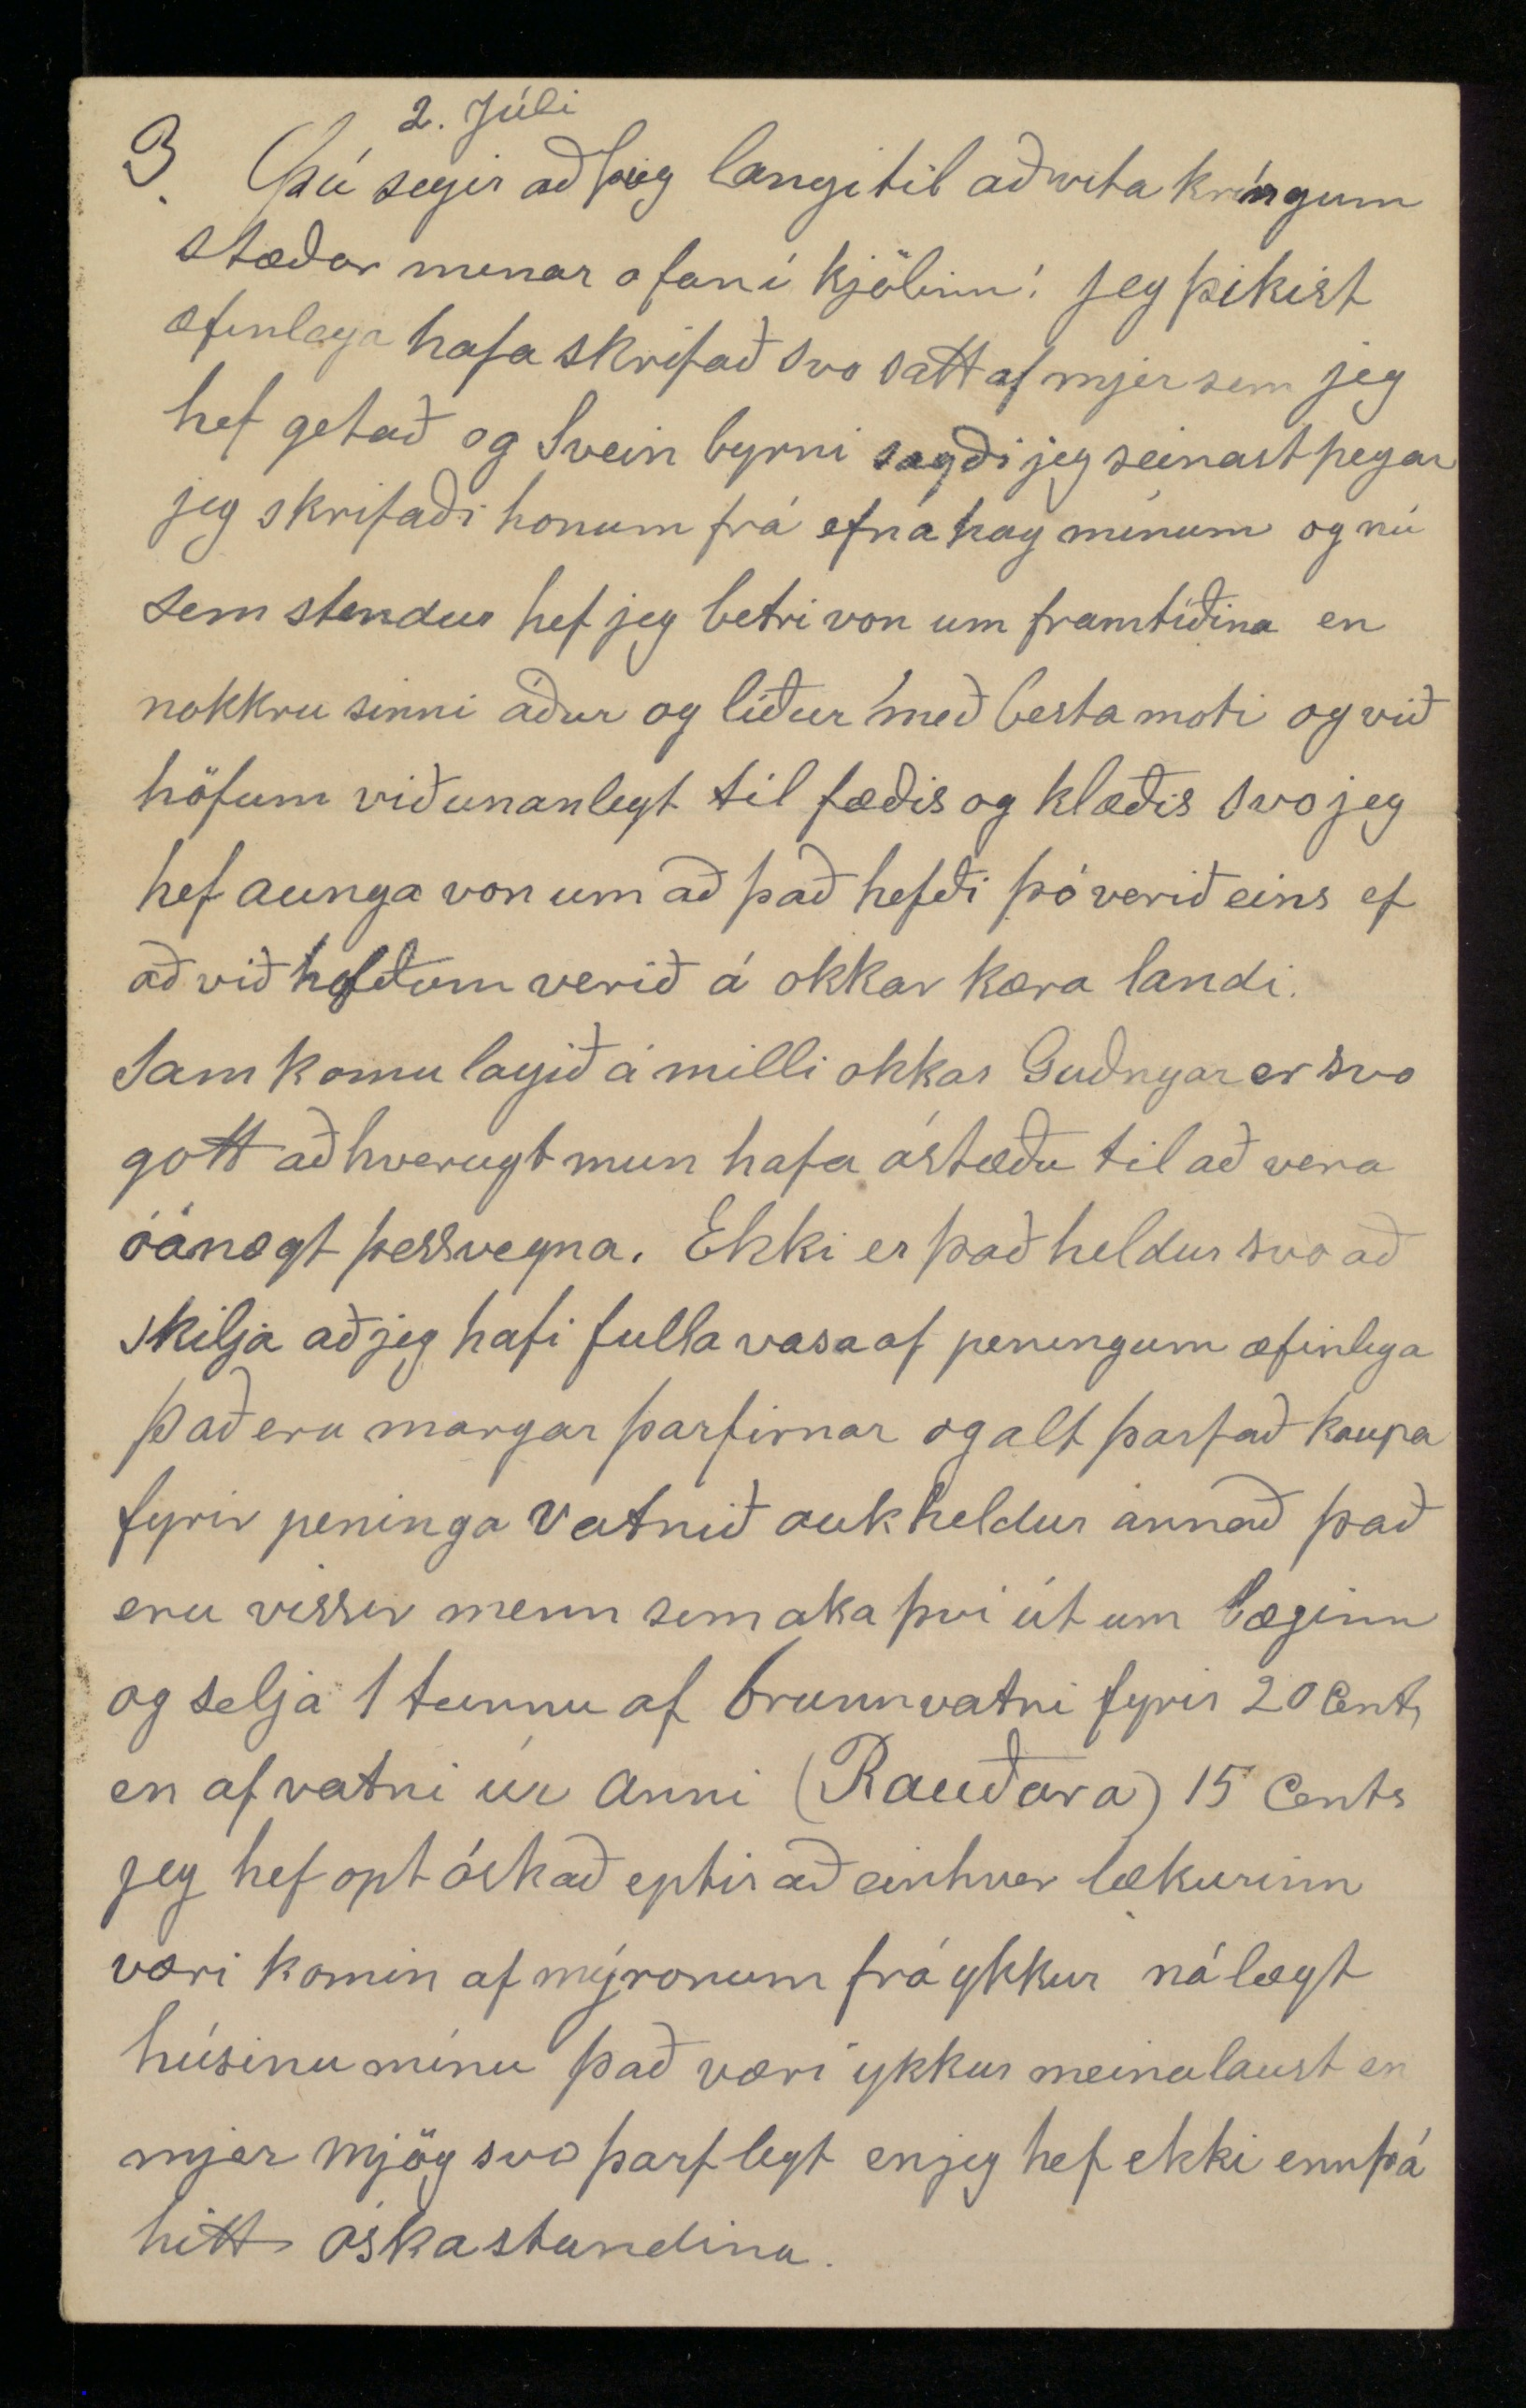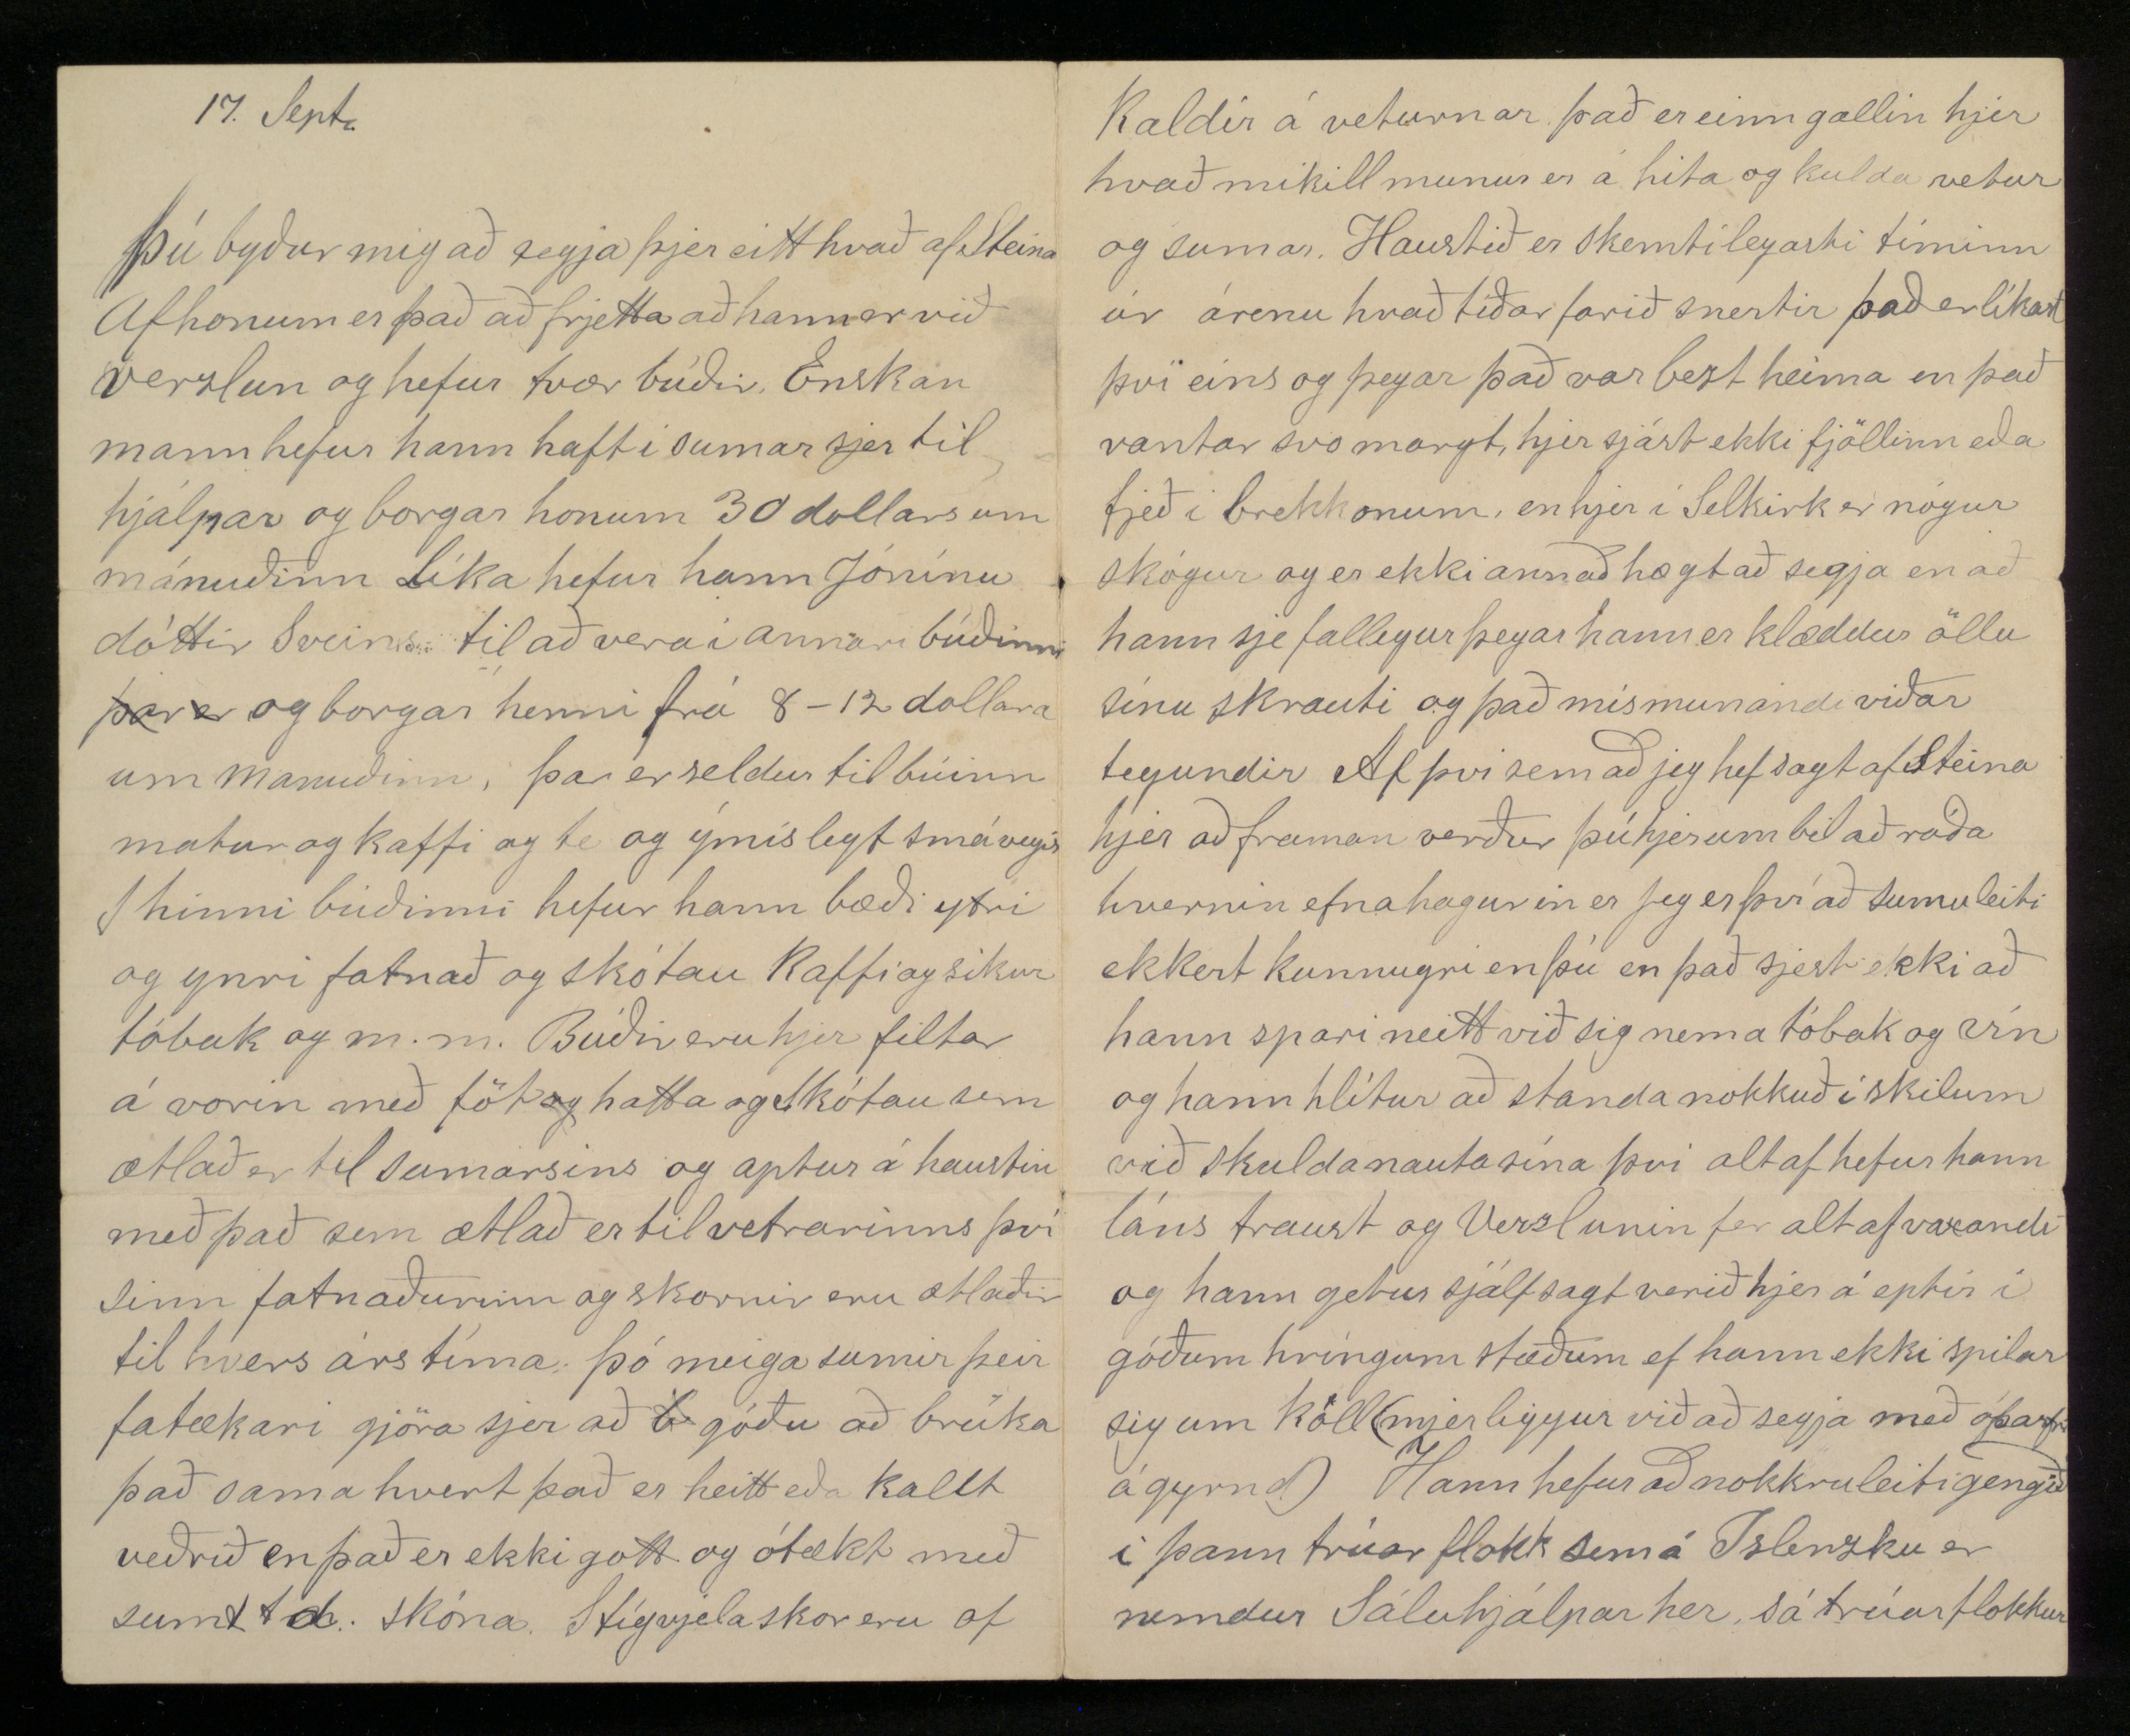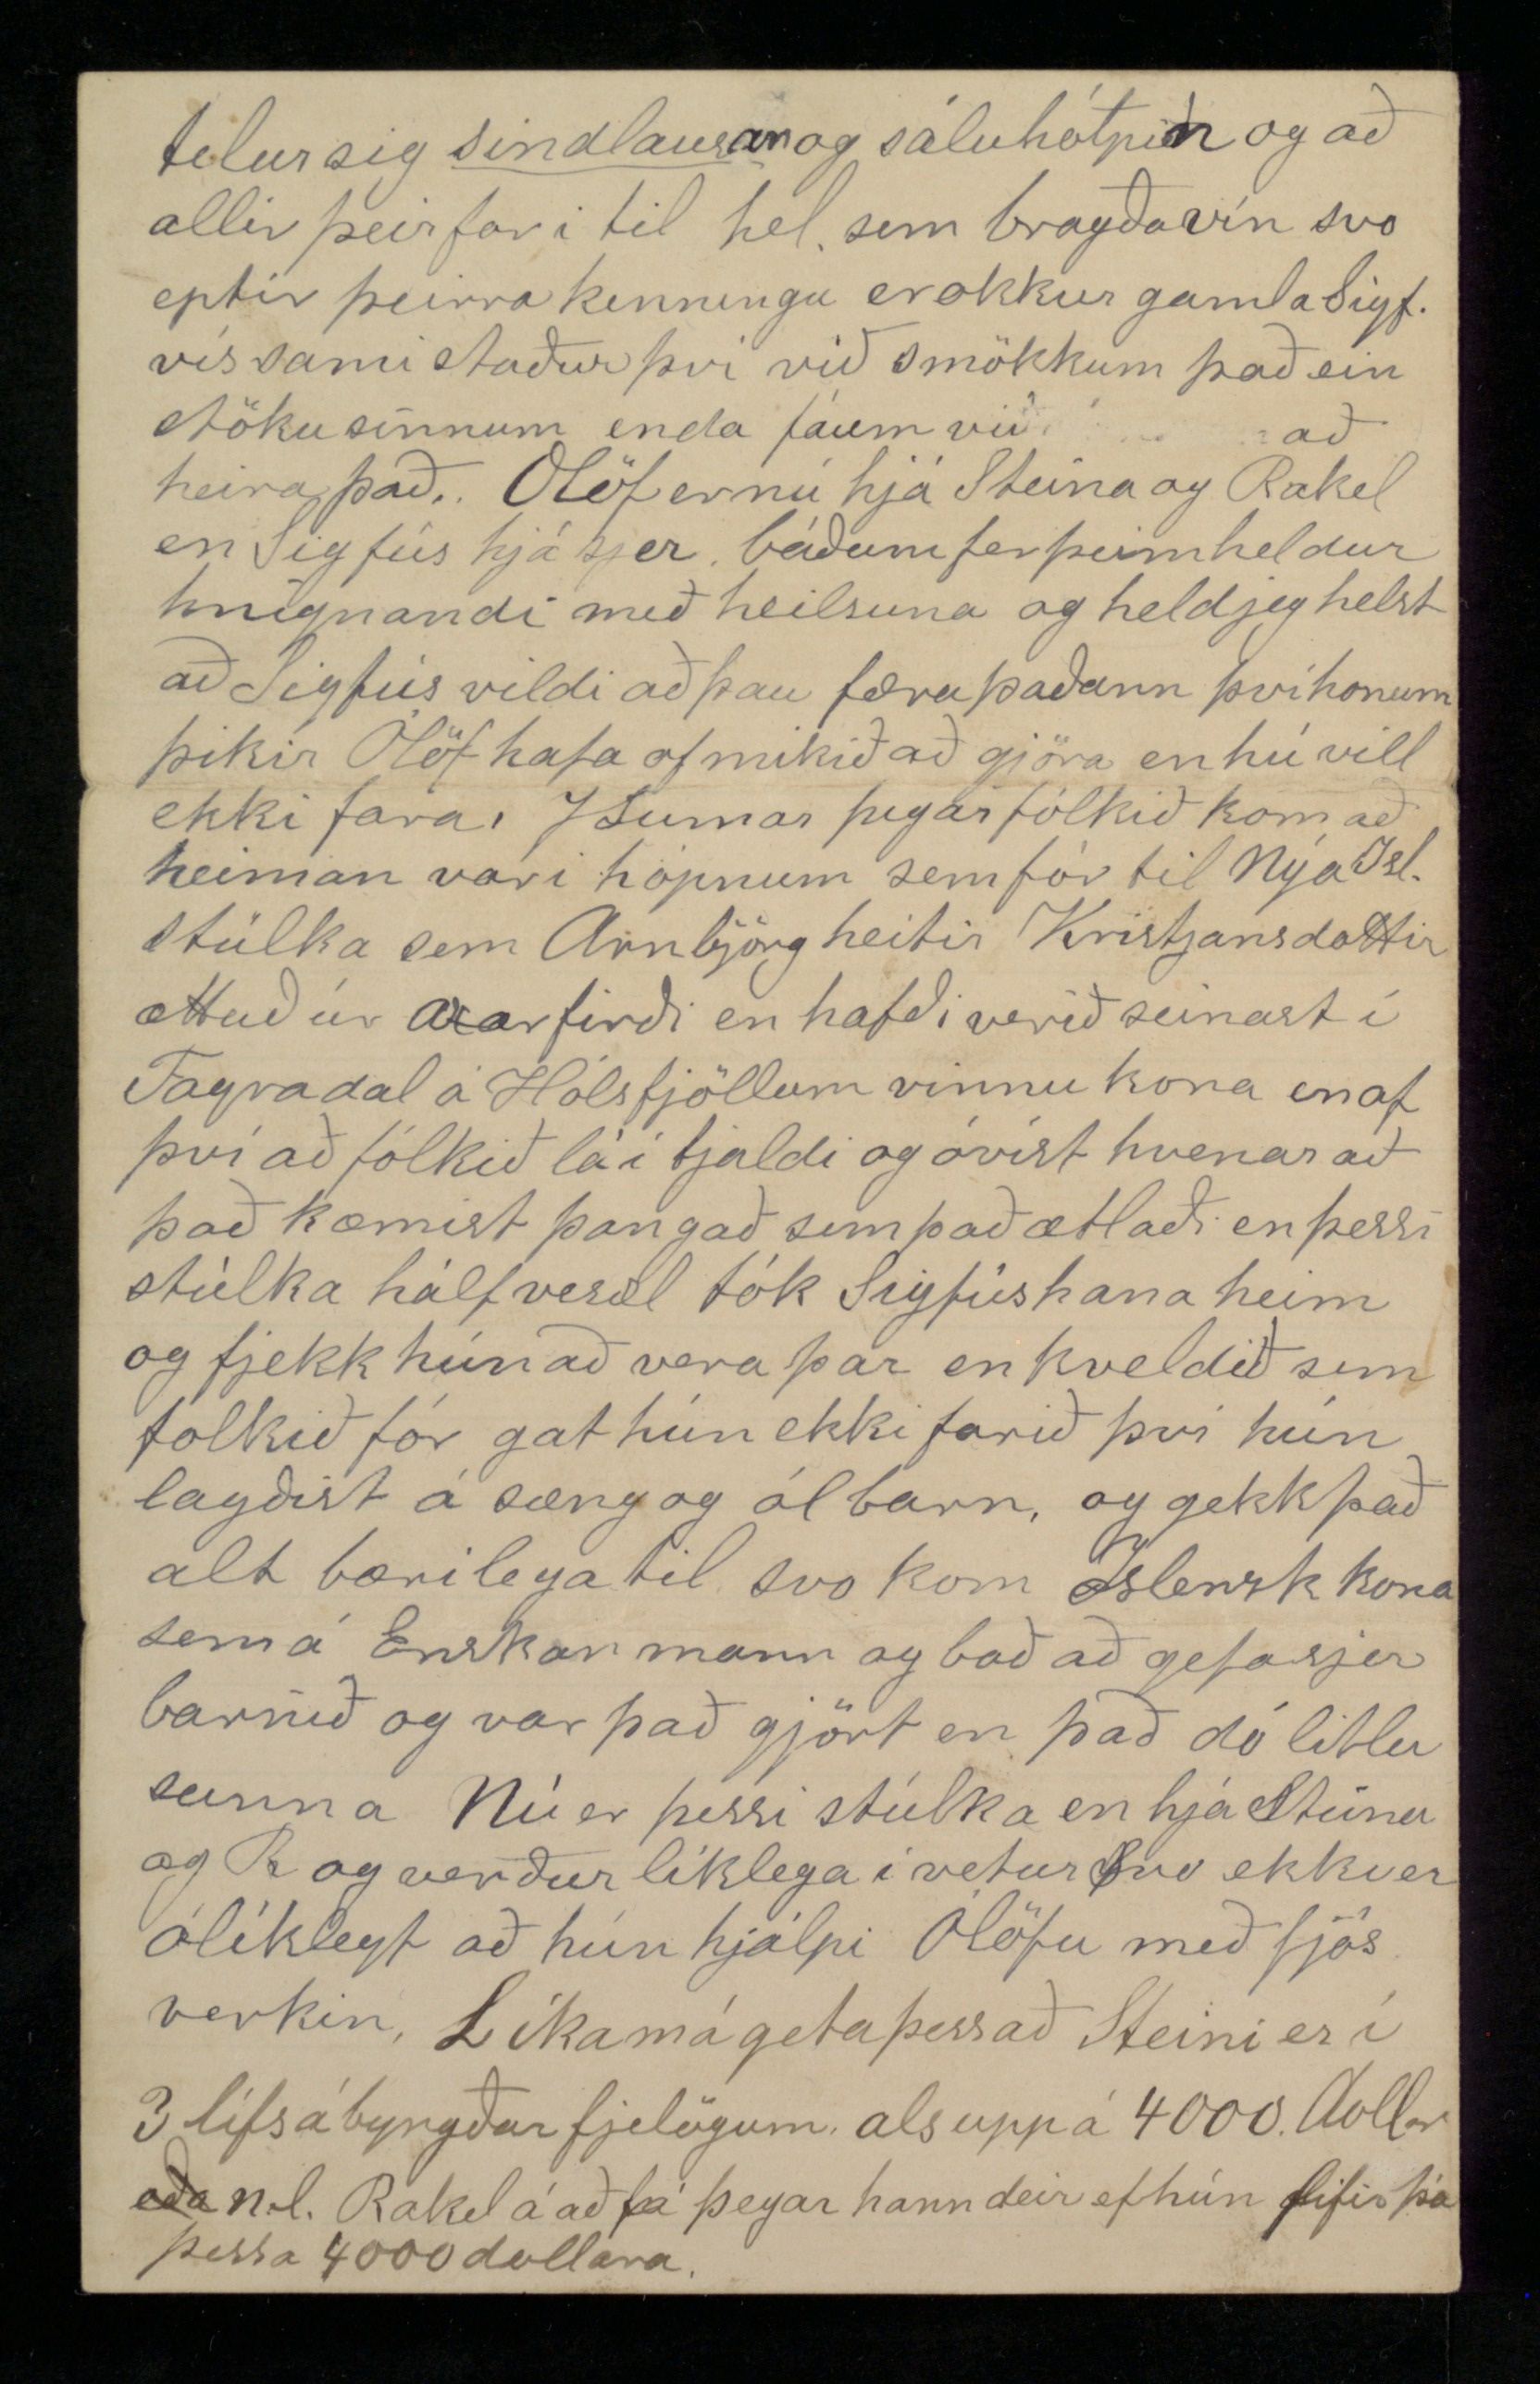

Frá 14 maí til 22. Oktober
Selkirk West 14 mai 1893.
Elskulegi nafni minn
Guð gefi þjer alla tíma gleðilega. Hjartanlega þakka jeg þjer fyrir brjefið þitt sem jeg með tók 15 april og mjer þótti mjög væntum því jeg var farinn að verða hræddur um
að
veturinn mundi líða svo að jeg sæi ekki brjef að heimann en þá kom þitt góða og langa brjef sem jeg er í aungan máta fær um að borga eins og ætti að vera en þó ætla jeg að láta hugann fljúa heim til þín ofurlitla stund og skrafa við þig. þú spyrð hvert við munum aldrei sjást? þvi get jeg ekki svarað öðru en því að margt getur breist og þó að þjer finnist nú að þú ekki vilja fara til Ameríku þá geta þeir tímar komið fyrir að þú einhverra hluta vegna neiðist til og jafnframt viljir fara. en þó að þú færir hingað vestur er ekki að vita að þú sæjir mig bæði gæti jeg verið dauður og Ameríka svo stór að ýmsir frændur og vinir sjást að líkindum aldrei þó þeir sjeu komnir hingað vestur til að minda Björn Kristjánsson fór til Dakota og er mjög
ólíklegt að hann sjái nokkurn tíma Svein eða Sigfús (Sveinn kemur hingað stundum) þá spir þú en í öðru lífi ætli við sjáustum þar? því svara jeg „við þá von vil jeg búa" að við sjáustum í dýrðar ríki drottins á himnum. þú segir að framtíðin sje dimm fyrir augum þínum og með yfir standandi tíman sjertu óánægður. Framtíðin er óljós fyrir
óljós fyrir
öllum og að því leiti er hún jafn dim fyrir alla, en það eru ymsar misjafnar kringumstæður sem geta gefið manni betri framtíðarvon fyrir þessum eða hinum en það er einungis
von
en eingin vissa. Að vera óánægður með yfirstandandi tíman er alt of almennur breiskleykji, því skrifað er "hver sem er óánægður með sitt stand ásakar guðs útvalda og sínir í því mikla fávisku" og í sambandi við þetta ætla jeg að setja hjer seinustu hendingu úr vessi og næsta vess ur brjefi sem pabbi þinn sál. skrifaði mjer 10 jan. 1874 að Grenjaðarstöðum "Óánæja er sind" Margt fær manni gleði af miskun skaparans, því með glöðu geði, gegnum boðum hans góð samviska í glaðri ró himna ríki er hjer á jörð er helgur andi bjó
Jeg veit að það er fyrir fátæktina og ymsar erviðar kringum stæður að þjer virðist að framtíðin sje skuggaleg fyrir þjer. það hefur margur mátt við hana stríða (fátæktina) og mun svo verða lengst, en ef að maður reinir að fremsta megni að nota þá krapta sem drottinn hefur gefið manni, með skinsamlegri fyrir hyggju og hefur stöðuga
trú
á forsjón guðs. þá mun hann óhætt meiga segja þó efnin sjeu lítil „þetta mun drottin dyrstur mjer duga að sönnu láta„ Jonatan sálugi í Kl.seli sagði mjer að opt hefði hann grátið ifir skepnonum sínum á vorin þegar hann var heylaus (og hefur þá líklega átt lítið handa bornonum líka, og hann sagðist þá hafa beðið guða að hjálpa sjer og mjer finnst auðsjeð að guðs blessan hefur fylt þeim hjónum og blessað öll þeirra verk og viðleitni enda láu þau ekki á liði sínu að bjarga sjer og ala börnin upp í guðs ótta og góðum siðum.
Gott mannorð skal heldur kjósa en mikin auð vinsæld er betri en silfur og gull. Salomons orkv. 22 kap 1 er.
Að lifa fyrir peningalegan hagnað er hjegómlegt og heimsku legt að hafa það fyrir sitt æðsta mark og mið og ætti engin sannkristin maður að gjöra svo framarlega sem hann vill forðast af drif Ríkamansins sem getið er um í Guðspjallinu og er sagt að hann hafi út tekið sín laun hjer í lífi því hann hugsaði aldrei um að afla sjer annara fjársjóða en þeirra sem mölur og rið fær grandað og hann hefur efalaust yðrast eptir að hafa eitt öllu sínu lífi og öllum sínum kröptum í þjónustu heimsins og þeirra hluta sem í honum eru, Snorri Sál sagði einu sinni "Hverju er falin farsæld mans? firði og rósemi samviskunnar en í hverju hengin afglapans? Íllri meðvitund breitni sinnar. það væri gott þegar maður lítur yfir liðna tímann að sjá eitthvað gott eptir sig liggja og hafa góða samvisku fyrir að maður hefði
viljað
nota
ð
tímann vel. Að það sje hættu legt að fara híngað af því að hjer eru ýmsar trúarskoðanir er hjegómi því ef maður hefur nokkra sjálfstæða skoðun í trúar efnum þá getur maður haldið henni og þarf ekki að láta neina vegvilta veður hana snúa sjer
Og þú segist kæri nafni minn vera einn af þessum vegviltu veður hönum og og verða það þangað til að guð hafi gefið þjer góða og guðhrædda konu o.s.frv. Af minni litlu þekkingu á lífinu vil jeg ráðleggja þjer að
freista
því ekki svo mjög og skal jeg segja þjer eitt dæmi því til sönnunar að í firra vetur þegar Söfnuðurinn hjer skiptist í tvo flokka n.l. annar flokkurin (meiri hlutinn) breitti lögum safnaðarins og sagði sig úr Kyrkju fjelaginu og hallaðist að Unitara kenningu Sr Magnusar, að hinir sem ekki vildu hillast þá breitingu heldur halda við sína barna trú sem maður hefur lofað að standa stöðugur í alt
til
sinna æfi loka tóku sig saman og hjeldu sína húslestra sjer og Sunnud.skóla fyrir börn og vóru þar af leiðandi grein af þeim upphaf lega Selkirk söfnuði var jeg og er einn í þeirra tölu Gestur nokkur Jóhannsson einhver skinsamasti maðurinn sem hjer er vildi vera með okkur en af því að konan vildi fylgja hinum partinum sá hann sjer ekki fært annað en hætta við það til að forðast heimilis ófrið en samt sem áður ljet hann
ekki konuna breita
sínum
trúar skoðunum og nú næstl. vetur gekk hann í okkar söfnuð og er skrifari Safnaðarins (jeg á nú að heita forsetinn) ekki veit jeg hvers vegna þeim þóknaðist að veita mjer þann heiður nema ef vera skildi fyrir það að jeg er ekki mjög útsláttarsamur og jeg held að það sjeu fair sem hafa horn í síðu minni sem svo er sagt kona Gjests mun vera farin að sjá og fleiri að það er fult svo heiðarlegt málefni okkar sem hinna sem hafa viljað fylgja Sr Magnúsi sem munu nú heldur fara smá fækkandi þó þeir ekki vilji viðurkenna það, að vísu getur það alt að einu skeð að konan hafi rjettari skoðun en maðurinn bæði í trúar efnum og öðrum málum en það er aungvan vegin áreiðanlegt því finnst mjer að það vera nauðsinlegt fyrir hvern og einn að hafa
skyra skoðun sjálfur
ekki síst á trúarbrögðonum og um trúna á hinn algoða almáttuga og alstaðar nálægan þríeina guð og endurlausnarverk frelsarans sindugu minnkini til frelsis og sálu hjalpar má segja eins og Hallgrímur sál Pjetursson segir um bænina "Bæn þina aldrei bigðu fast á brjóstvit nátturu
þinnar, í
guðsorði
skal hún grundvallast það gefur stirk trúarinnar,
Jeg ítreka það aptur að trúin á hinn algóða himneska föður verður að grundvallast í
guðsorði
og svo framarlega að við sjeum með sannkristilegu hugarfari, þá getum við kannast við að okkur er ofvaxið að skilja guðlega hluti og guðlega opinberun Maðurinn er svo ófullkomin af sjálfsdáðum og ma þar af leiðandi ekki ýminda sjer að hann
hann
finni annann betri eða hægri veg til eilífs lífs en þann sem hægt er að fynna í guðsorði ef hans er rjett leitað það er heimskulegur sjálfbyrgings skapur að segja um orð Bybljunnar „þetta er hreint ekki satt" það er óleifileg og heimskuleg djörfung að seigja að það sje ósatt sem Postularnir hafa ritað sendi boðar drottins vors Jesu krists. Jeg er komin leingra út í þetta mál en jeg er fær um að fram bera, en jeg hef skrifað þetta í þeim tilgangi og í þeirri von að þú einhvern tíma fyr eða sýðar hugsir eptir því sem jeg hef hjer sagt og það get jeg sagt þjer kæri nafni minn að í góðum tilgangi er það gjört. Jeg hugsa opt um framtíð barnanna minna
og þeirra sem eru mjer skildir mig tekur sárara til þeirra en hinna sem eru mjer vanda lausir en framtíð barnanna er mikið undir því komin hverju sæði er sáð í þeirra ungu og óspiltu hjörtu en því miður er því svo varið altof opt að það lítur svo út að bornin verði fegin þegar þau sleppa við áminningar foreldrannna og hirða ekkert um að við halda því sem þeim var kent. og sárt hlítur það að vera fyrir foreldrana þegar börnin vilja hverki heira þau nje sjá og hirða ekkert um að hjálpa þeim á elliaronum. Kæri nafni minn vertu góður við hana mömmu þína og reindu til að gjöra henni lífið svo ljett og skemtilegt sem þú getur, þessi fáu ár sem þið egið eptir að vera samann hún stríddi fyrir þjer á meðan þú varst barn og hjálpaði þjer á meðan þú varst ekki sjálf bjarga. nú verður þú að láta hana sjá að þú hafir vilja á að endurgjalda henni það og jeg efast ekki um að þú hafir hann, í raun og veru tala jeg þetta alt eins til systranna þinna og ættir þú að lofa þeim að lesa það og jeg byð ykkur vel að virða. guð almáttugur styrki ykkkur í öllu góðu
2. Júlí
Þú segir að þig langi til að vita kríngum stæður minar og ofan í kjölinn!Jeg þikist æfinlega hafa skrifað svo satt af mjer sem jeg hef getað og Sveinbyrni sagði jeg seinast þegar jeg skrifaði honum frá efnahag mínum og nú sem stendur hef jeg betri von um framtíðina en nokkru sinni áður og líður með besta móti og við höfum viðunanlegt til fæðis og klæðis svo jeg hef aunga von um að það hefði þó verið eins ef að við hefðum verið á okkar kæra landi. Samkomulagið á milli okkar Guðnyar er svo gott að hverugt mun hafa ástæðu til að vera óánægt þessvegna. Ekki er það heldur svo að skilja að jeg hafi fulla vasa af peningum æfinlega það eru margar þarfirnar og alt þarf að kaupa fyrir peninga Vatnið auk heldur annað það eru vissir menn sem aka því út um bæginn og selja 1 tunnu af brunnvatni fyrir 20 Cents jeg hef opt óskað eptir að einhver lækurinn væri komin af mýronum frá ykkur nálægt húsinu mínu það væri ykkur meinalaust en mjer mjög svo þarflegt en jeg hef ekki ennþá hitt óskastundina.
17. Sept.
Þú byður mig að segja þjer eitthvað af Steina Af honum er það að frjetta að hann er við verzlun og hefur tvær búðir. Enskan mann hefur hann haft í sumar sjer til hjálpar og borgar honum 30 dollars um mánuðinn Líka hefur hann Jónínu dóttir Sveins til að vera í annari búðinni
þar er
og borgar henni frá 8-12 dollars um manuðinn, þar er seldur tilbúinn matur og kaffi og te og ýmislegt smávegis I hinni búðinni hefur hann bæði ytri og ynri fatnað og skótau kaffi og sikur tóbak og m.m. Búðir eru hjer filtar á vorin með föt
og
hatta og skótau sem ætlað er til sumarsins og aptur á haustin með það sem ætlað er til vetrarinns því sinn fatnaðurinn og skornir eru ætlaðir til hvers árstíma þó meiga sumir þeir fatækari gjöra sjer að
b
góðu að brúka það sama hvert það er heitt eða kallt veðrið en það er ekki gott og ótækt með sumt t.d. skóna Stígvjelaskor eru of
kaldir á veturnar. það er einn gallin hjer hvað mikill munur er á hita og kulda vetur og sumar. Haustið er skemtilegasti tíminn úr árinu hvað tíðarfarið snertir það er líkast því eins og þegar það var best heima en það vantar svo margt, hjer sjást ekki fjöllinn eða fjeð í brekkonum en hjer í Selkirk er nógur skógur og er ekki annað hægt að segja en að hann sje fallegur þegar hann er klæddur öllu sínu skrauti og það mismunandi viðar tegundir Af því sem að jeg hef sagt af Steina hjer að framan verður þú hjerum bil að ráða hvernin efnahagurin er Jeg er því að sumuleiti ekkert kunnugri en þú en það sjest ekki að hann spari neitt við sig nema tóbak og vín og hann hlítur að standa nokkuð í skilum við skuldanauta sína því altaf hefur hann láns traust og veslunin fer altaf vaxandi og hann getur sjálfsagt verið hjer á eptir í góðum hríngum stæðum ef hann ekki spilar sig um koll (mjer liggur við að segja með óþarfa ágyrnd) Hann hefur að nokkru leiti gengið í þann trúar flokk sem á Islenzku er nemdur Sáluhjálparher, sá trúarflokkur
telur sig
sindalausan
og sáluhótpin og að allir þeir fari til hel. sem bragða vín svo eptir þeirra kenningu er okkur gamla Sigf. vís sami staður því við smökkum það ein stöku sinnum enda fáum við að heira það. Olöf er nú hjá Steina og Rakel en Sigfús hjá sjer báðum fer þeim heldur hnignandi með heilsun og held jeg helst að Sigfús vildi að þau færu þaðann því honum þikir Ólöf hafa of mikið að gjöra en hú vill ekki fara. I Sumar þegar fólkið kom að heiman var í hópnum sem fór til Nýa Isl. stúlka sem Arnbjörg heitir Kristjansdottir ættuð úr Axarfirði en hafði verið seinast í Fagradal á Hólsfjöllum vinnu kona en af því að fólkið lá í tjaldi og óvíst hvenar að það kæmist þangað sem það ætlaði en þessi stúlka hálf vesæl tók Sigfús hana heim og fjekk hún að vera þar en kveldið sem folkið fór gat hún ekki farið því hún lagðist á sæng og ól barn, og gekk það alt bærilega til svo kom Islensk kona sem á Enskan mann og bað að gefa sjer barnið og var það gjört en það dó litlu seinna Nú er þessi stúlka en hjá Steina og R og verður líklega í vetur Svo ekki er ólíklegt að hún hjálpi Ólöfu með fjós verkin. Líka má geta þess að Steini er í 3 lífsábyrgðarfjelögum als upp á 4000 dollar
eða
n.l. Rakel á að fá þegar hann deir ef hún lifir þá þessa 4000 dollara
Jeg er í einu lífs ábyrgðarfjelagi uppa eitt þúsund gekk ynní það í sumar og þurfti í fyrsta sinn að borga $8.50C en síðann 1 dollar og 20 Cent á hverjum mánuði á meðan jeg lifi ef jeg ligg veikur á jeg að fá Læknirs hjálp fría en meðölin þarf að borga. Líka á fjelagið að borga mjer dálitla upphæð meðan jeg ligg, er það miðað við það tjón sem jeg verð fyrir við leguna en ekkert skerðir það höfuð stólinn. Ef að jeg skaða mig svo mikið að jeg verð ófær til að vinna á meðan jeg lifi verða mjer borgaðir út 500 dollarar eða helmingur af upphæðinni en hinn helmingurinn er borgaður konunni þegar jeg er dáinn þessi fjelög eru hjer mörg með mismunandi fyrirkomulagi, en mjer fynnst þetta fjelag sem jeg er í vera einna þægilegast fyrir fátæka það er í flestum
öðrum
fjelögum að ekkert fæst útborgað fyr en maður er dauður.
Þú vilt eitthvað frjetta af Maríu og Ing. af þeim er orðin laung saga og getur verið óþarfi fyrir mig að segja hana því þú hefur líklega eitthvað heirt af henni. Fyrst eptir að þau komu vóru þau til húsa hjá Steina en
eptir lítin tíma fór Ingjaldur að vinna svo þau fæddu sig sjálf. Svo um haustið fóru þau til mín og voru hjer um veturinn þá sendi Krisján bróðir I. þeim fargjald suður til Minnisóta mun það hafa verið nálægt 40 d. og vildi að þau kæmu þá var hann búinn að kaupa land og hús og ýmisl. fleira svo fóru þau til hanns og voru hjá honum nálægt ári. Svo gat Kristjan lítið borgað í landinu svo Karlin sem seldi honum sem er Svenskur tók það aptur peningana sem Kr. sendi I. og M. hafði hann tekið til lans og þegar allt kom til als átti hann lítið Síðan fjekk karlin þau til að fara til sín eða vera kyr (því hann var einn síns liðs) og hafa þau selt honum og fleiri mönnum sem hann hefur í þjónustu fæði í sumar en I. hefur unnið hjá honum og held jeg helst að þau hafi lifað við allgóð kjör síðan þau komu til hanns en í seinasta brjefinu sem María skrifaði mjer sagði hún að karlin væri búinn að selja landið fyrir 4000 dollara fyrir utan öll verkfæri og hesta og að þau vissu þá ekkert hvert þau færu í haust. Jeg held að hana langi
til að komast hingað aptur en jeg byst við að I. vilji það ekki svo er óvíst að þau gætu það fyrir efna leisi svo er slæmt
fyrir þau
að eiða þessu litla sem þau kunna að eiga í ferða kostnað og koma hingað líkt efnum búinn eins og þegar þau komu að heimann Að mínu áliti hefði
þeim
verið betra að vera hjer kyr því flækingurin gjörir alla fjelausa. Báðir vóru drengirnir frískir.
22. Otkóber Nylega hef jeg fengið brjef frá Maríu og segir hún að þau sjeu kominn burtu frá karlinu og búinn að renta sjer hús (ekki langt frá Minnisota) (þar sem Jóhannes er Halld.son) fyrir 1 dollar um mánuðinn og ætli að verda þar í vetur og segir að þeim líði bærilega. Steini fór á Cíkago síninguna en er ókominn með 100 dollara fór hann með í vasanum hvert hann eiðir því öllu veit jeg ekki. Nú eru komnir seinustu tímar fyrir mig að enda þetta brjef svo það geti lagt á stað heim til þín og jeg vona að þið faið að sjá það um jólinn. af okkur er ekki annað að frjetta en alt bærilegt. Jeg lá tvo daga í þessari n.l. viku og hef verið hálfvesæll en er nú að koma til og fer líklega að vinna á morgun og hef von um vinnu fyrst eitthvað. Hjer er með mesta móti smíða vinna og lítur út fyrir betri tíma en
hafa verið undan farandi ár, en hræddur er jeg um að
l
einhver hafi lítið að gjöra í vetur því hingað eru fluttir og flitja altaf svo margir landar sumir efnalausir og skuldugir en altaf þarf maður að hafa vinnu ef ekki eiga
að
safnast skuldir þegar alt þarf að kaupa fyrir peninga. Hvað minn efna hag snertir þá er hann að því leiti betri á haustnóttum nú en að undanförnu að jeg er búinn að kaupa hjer um bil tvo hluta af því heyji sem jeg þarf handa kúnum og kostaði það 10 dollara Hey er hjer selt og keipt allan veturinn og opt ódýrast um jóla leitið, peningalaus er jeg en á hjá öðrum heldur meira en það sem jeg skulda.
Þegar að þú skrifar mjer kæri nafni minn þá segðu mjer nákvæmlega frá öllu því smáa hverninn ykkur gengur að hafa kaffi dropann og svo matinn og yfir höfuð hvernin búskapurinn gengur bæði hjá ykkur Joh. í Seli Sv.b. Holtakoti Litlureykjum og víðar og víðar. Von átti jeg á að Markús og Guðrún kæmu n.l. sumar en það varð ekki en það held jeg að þau gjörðu rjettara í að þiggja hjálp ef hún byðst til að koma hingað vestur því það lítur út fyrir að Steini stæði jafn rjettur þó hann borgaði eina 50 doll Jeg og við byðjum að heilsa öllum í Geitafelli og víðar sem þú verður að geta til hverir eru svo vil jeg byðja guð að gefa ykkur góða heilsu og væga og hagstæða veðráttu í vetur.
Guð veri með ykkur
G. Oddsson
ES. Brjef fjekk jeg frá Sveinbirni í sumar og "ræðurnar" jeg byð að heilsa honum með þakklæti sömuleiðis þakka jeg þjer fyrir það sem þú hefur unnið að því jeg gæti fengið þær.
G.